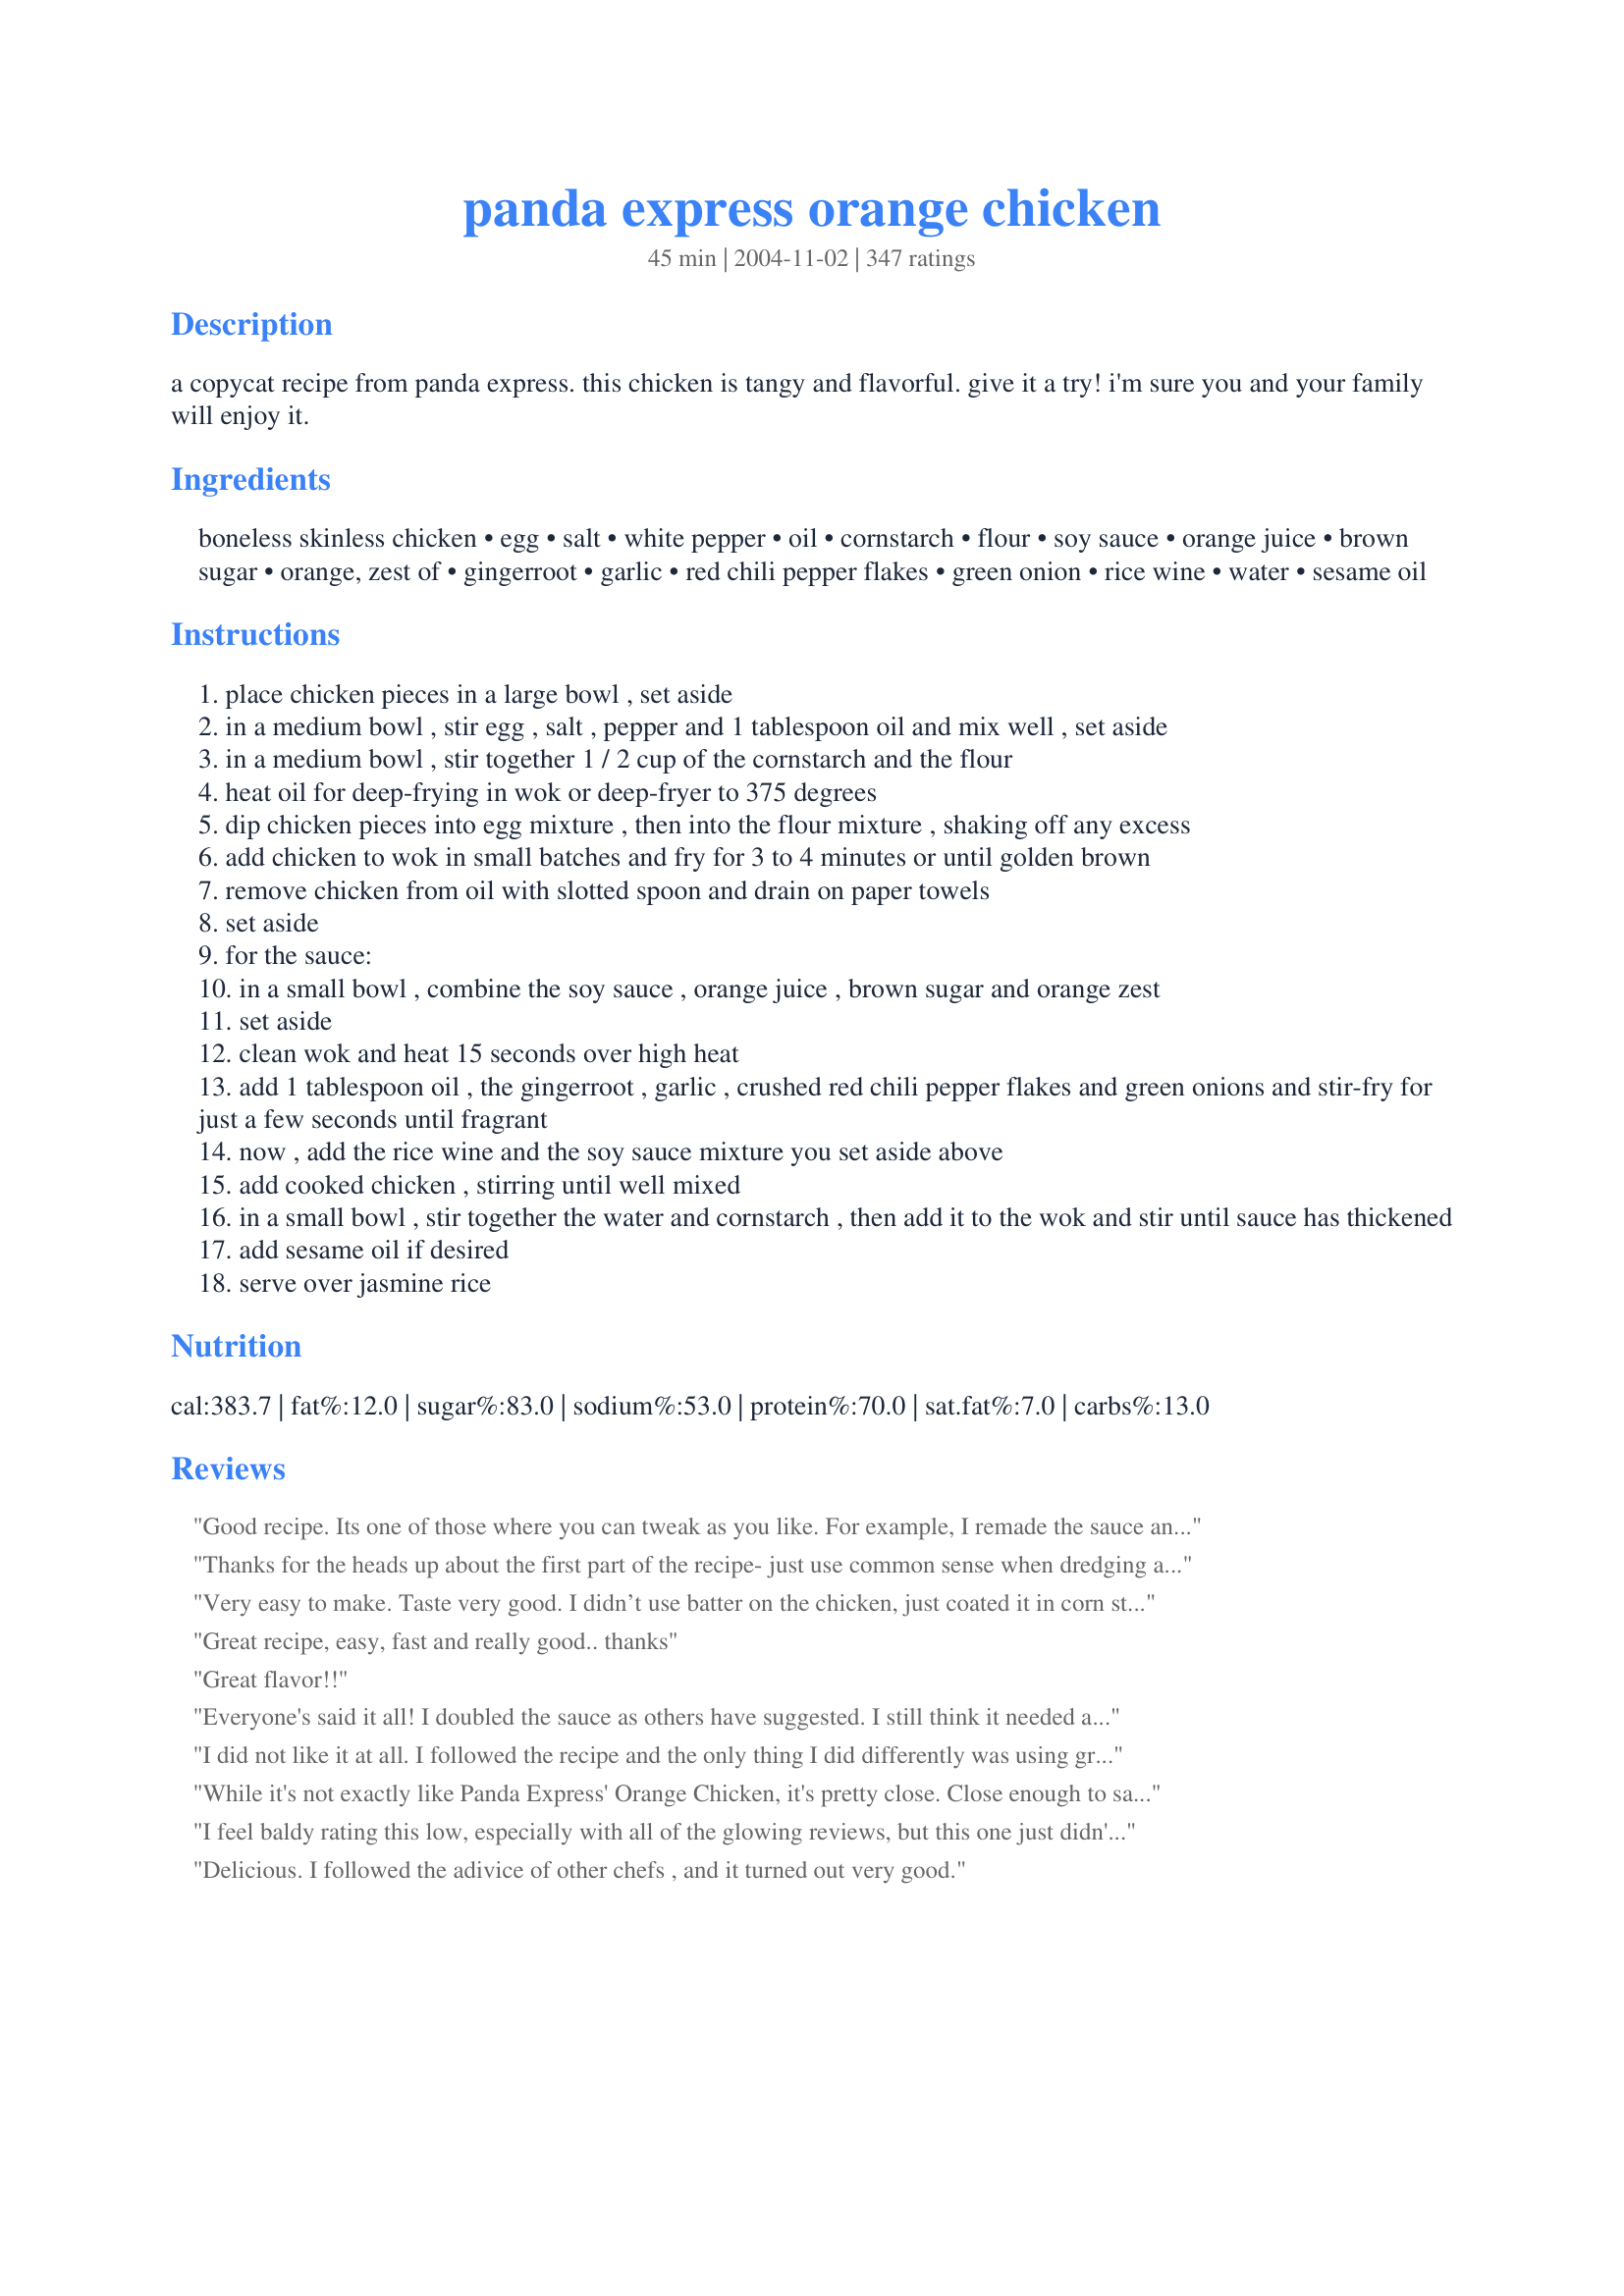
panda express orange chicken
Preparation time: 45 minutes

a copycat recipe from panda express. this chicken is tangy and flavorful. give it a try! i'm sure you and your family will enjoy it.

Ingredients:
boneless skinless chicken, egg, salt, white pepper, oil, cornstarch, flour, soy sauce, orange juice, brown sugar, orange, zest of, gingerroot, garlic, red chili pepper flakes, green onion, rice wine, water, sesame oil

Steps:
place chicken pieces in a large bowl , set aside
in a medium bowl , stir egg , salt , pepper and 1 tablespoon oil and mix well , set aside
in a medium bowl , stir together 1 / 2 cup of the cornstarch and the flour
heat oil for deep-frying in wok or deep-fryer to 375 degrees
dip chicken pieces into egg mixture , then into the flour mixture , shaking off any excess
add chicken to wok in small batches and fry for 3 to 4 minutes or until golden brown
remove chicken from oil with slotted spoon and drain on paper towels
set aside
for the sauce:
in a small bowl , combine the soy sauce , orange juice , brown sugar and orange zest
set aside
clean wok and heat 15 seconds over high heat
add 1 tablespoon oil , the gingerroot , garlic , crushed red chili pepper flakes and green onions and stir-fry for just a few seconds until fragrant
now , add the rice wine and the soy sauce mixture you set aside above
add cooked chicken , stirring until well mixed
in a small bowl , stir together the water and cornstarch , then add it to the wok and stir until sauce has thickened
add sesame oil if desired
serve over jasmine rice

Reviews:
Good recipe. Its one of those where you can tweak as you like. For example, I remade the sauce and replaced the 1/4 of water with the syrup from mandarin oranges, then cut the sugar to 3 tablespoons and added a little orange juice. This brought out the orange flavor the second time.
Thanks for the heads up about the first part of the recipe- just use common sense when dredging and breading your meat. The rest of the recipe is just fine. And the finished product was perfect! Way better than our usual take out. I served this with sugar snap peas and white rice. Couldn't have been a better meal!
Very easy to make. Taste very good. I didn’t use batter on the chicken, just coated it in corn starch, some salt, pepper, garlic powder and pan fried it in a little bit of oil. Turned out yummy. Thank you for the recipe.
Great recipe, easy, fast and really good.. thanks
Great flavor!!
Everyone's said it all! I doubled the sauce as others have suggested. I still think it needed a more orangey flavor. I'm pretty sure Panda Express makes mandarin orange chicken, so maybe mandarin oranges would change the flavor. But still, this was delicious and I packed it for school the next day!
I did not like it at all. I followed the recipe and the only thing I did differently was using ground ginger instead of fresh. While I was mixing the ingredients for the sauce it smelled amazing but once I tasted it mixed with chicken all I could taste was orange zest and red pepper flakes along with flavorless chunks of chicken breast. Maybe that's because the sauce turned out very thick or maybe because the sauce was supposed to be sticky clumps of orange zest sprinkled with red pepper flakes? Don't know. Won't make it again though.
While it's not exactly like Panda Express' Orange Chicken, it's pretty close. Close enough to satisfy my family's cravings for it and prevent me from impulsing at the Panda when I drive by. My kids, typical picky eaters, would have eaten all of it if I had let them!! But the grownups had to have some, too! Thank you KatieMom84!!
I feel baldy rating this low, especially with all of the glowing reviews, but this one just didn't hit the mark for me. Admittedly, I've never had Panda Express so perhaps I wouldn't like that either, but compared to other orange chicken I have had, this is just too sweet for me. I like mine a little more savory. Maybe next time I will try a bit more soy and (less) honey instead of sugar. Thank you for the recipe though.
Delicious. I followed the adivice of other chefs , and it turned out very good.
I loved this!!! It was amazing! I didn&#039;t have cornstarch so I added a bit of extra flour and I didn&#039;t have any oranges or zest so I used an orangey drink. It still tasted like orange chicken and even better than Panda Express!! I had no trouble with the instructions personally and I found it to be the best recipe I&#039;ve found for orange chicken. I served it with noodles stirred in with soy sauce. I&#039;ll definitely be returning to this in the future.
This was great! Had it with a side of Cilantro Rice. Will definitely make again!
This is a great recipe!! I put a little too much orange zest, but with a small adjustment I dont have to miss my Panda anymore! Love it, thank you so much!
This recipe was AWESOME!! I followed the advice of others and made more orange sauce. Otherwise this was delicious. I can not believe anyone with tastebuds would feel any differently:) Thanks!
This recipe was really good. I am not a fantastic cook and managed to make it taste great. I got all thumbs up from my hubby and kids. I ditched the rice wine because I did not have any. I used rice vinegar instead of white vinegar and brown sugar instead of white in the sauce. I also pretty much tripled the sauce because we like it wet. I used red pepper flakes instead of chiles and I also forgot the garlic because I was out. I used ground ginger since I did not have minced. Everything turned out just fine with the adjustments I made. <br/>This taste just like the real thing. This was the 2nd time in one week it was requested. I figured I needed to log in and vote since it was such a hit.
We made this and the family LOVED IT. I did not mix the egg mixture into the floor. That seemed weird. I dipped the chicken in the egg mixture and then the dry mixture. Came out perfect.
Bravo. Bravo.
Like any new recipe, I wasn't that hard to prepare. The chicken had a good orange zest to it. My guess liked it! Over all I give it a 4. 

Crissypoo :)
Unclear directions but awesome recipe. Tastes JUST like Chinese spot! I will say that the sauce needs to be almost doubled to properly cover the chicken (so you may want to do that before coating it or it will be hard to add more sauce later).
Would you believe my kids prefer to eat the chicken without the orange sauce? They found it a tad bit sweet when the chicken was coated with the sauce. Overall, would cook this sometime soon again, with less sugar. Thanks Katiemom!
Oh this was so yummy, I'll be eating leftovers for lunch today and I'm so looking forward to it!
Great recipe! I was a bit apprehensive about all of the steps, but it was certainly worth it and would make this again.
I have made this twice now and it gets rave reviews from my 4 girls and my husband everytime I make it. We went gluten free a while back and I have been craving Panda&#039;s orange chicken. I used tapioca starch (1/2 cup) instead of cornstarch and white rice flour (1/4 cup) in place of the flour...I still used the tbsp of cornstarch in water to thicken the sauce. For those saying to put chicken in egg wash and then the cornstarch...Don&#039;t!!! Mixing the dry and wet ingredients creates a batter that makes the chicken crispy on the outside and juicy and tender on the inside. I did, however, use 2 eggs and 2 tbsp of oil instead of the 1 each called for. And then, I doubled the orange sauce...it really is a must. :) I also only used a pinch of chili peppers instead of the 1/2 tsp called for (the first time I made it according to recipe and my girls age 5 and under said it was too spicy...that was their only complaint). I unfortunately had to make several substitutions because of ingredients I had on hand. As I said earlier, I used the tapioca starch and white rice flour to make it gluten free. I didn&#039;t have rice wine, so I used white grape juice and I didn&#039;t have white vinegar (I had used it all in my laundry), so I used apple cider vinegar. This recipe is amazing. My 5 year old asked tonight if I would make this for her 6th birthday, so it&#039;s definitely a keeper in this house.
Made this today and was hit for our family of 8. After bringing the sauce to a boil, I removed the bulky chunks in the sauce to create a smooth sauce. In addition, I added the water and cornstarch before adding the chicken to get the sauce thickened and mixed. I doubled the liquid and even added the juice from an orange but it still was not enough sauce. It was still super delicous.
I have been making many dishes from recipeZaar but this was the Best ever. A home run for the whole family. I was surprised at how strong the sesame oil was if you are not a fan skip this. 

I took the advice given and doubled the sauce. I now think this is a must. 

Enjoy.
This was a very good recipe. Much better than Panda. Only thing different is a pinch more red pepper and I added juice from half of my orange. Next time I will double the sauce.
Just made this last night and my two picky eaters asked for seconds! They were very much impressed and even asked to see the "to-go" boxes to make sure I didn't order takeout. =) <br/>Like many other previous reviewers, I doubled the Orange Sauce recipe as my family loves extra sauce. It was definitely spot on and will most definitely prepare this dish again!
This was great! Very Sweet
I gave this 4 out of 5 only because it has so much sugar & cornstarch in it. Otherwise, it is fairly easy and very tasty. I used Chef 376309's Orange Sauce modifications, and I loved the tanginess. My son, who requested this in the first place, thought it "too orangey." I agree that it is better - because fresher - than the Panda version. The crunch is there. Yummy. How to add . . . um . . . broccoli?
Yum! I made this with tofu - I dry-fried the tofu in triangles and set aside. Then I sauteed the ginger & garlic and continued the steps as stated from there. The tofu did end up a little rubbery though so perhaps it should either be thrown in the sauce raw or cooked less prior, or better yet probably just added at the very end to the sauce. Other changes I made: used chives instead of green onion because I had them in the garden, asian rice vinegar in place of the rice wine, orange juice in place of the water & vinegar in the sauce, and I also added about 1/4 cup diced orange segments. I also tripled the sauce but next time I will cut WAY back on the sugar - it was pretty sweet for me. I will probably always triple or maybe even quadruple the sauce because it's so good all by itself over some fried rice. Next time I might try tempeh in place of the tofu also. Overall though we loved this and will be making/experimenting with this recipe often! Thanks for sharing!
This is very similar in taste to Panda Express. I had to double the sauce and used half the cornstarch for the thickener. I like a thinner sauce. I used rice flour in place of the cornstarch because thats what i had on hand. This is a keeper and I will make this over and over again. Thank you for the recipe!
I skip the flour and egg combo entirely, and I just cook the chicken with half of a white onion, no fried breading on it. Then I add 2 sprigs of green onion, garlic, and some cooked (3-5 mins boiled prior to adding to the chicken mixture) broccoli. Add the sauce (minus 1 TBSP of sugar + squeeze the juice of the orange in). Heat until thicker/warmed through, serve over rice =) Delicioussssss!!
Loved this recipe! This is a great base recipe for Panda Express Orange Chicken. It is very easy to tweek to your own preference. Like a few others who have tried this recipe, I think I will lighten up on the ginger and increase the garlic next time.
I really loved this recipe it was amazing. I just changed a few things it calls for 1 egg but I put two instead and it calls for five table spoon of vinegar instead of putting 5 I put 2 tablespoons of vinegar and three tablespoons of fresh orange juice. Just by doing those changes I got a delicious meal
This is great! I tried altering the recipe with orange juice - it was then just okay. Then I went back and prepared it just as the recipe says and it came out amazing! Very easy to make. In fact, I'm going to buy a little deep fryer because I plan on making this OFTEN.
This recipe is AWESOME!! I will never eat out Chinese again with recipes like this. I didn't have the rice wine vinegar or the fresh ginger root, so I subbed red wine vinegar and ground ginger. I took another posters advice and use orange juice for the water in the sauce and I loved the orange flavor. This dish will most definitely become a regular in this household. MY DH LOVED it, said that it was some of the best Chinese food that he had ate, and he roomed with a Chinese guy at college, who cooked all the time. This recipe is definitely a keeper. THANKS!!!!
Anytime I can get my 4 children to agree on how good a recipe is gets it all the stars it deserves. The chicken was crispy, and the sauce was not overbearingly orangey, and I do not need to prepare marinade hours in advance... all in all a workable combination for me. Only thing I did different was to use cubed skinless chicken thighs instead of breasts. Thank you so much for sharing this recipe.
very good recipe, close enough for us to the Panda Express Orange Chicken, I had to use more of the orange sauce though; going to add some broccoli next time.
Has no taste because there is no orange in the orange sauce. I went to a different recipe to get one that has orange taste
Excellent turn out!!! I also stir fried bok choy served on the side. I will cook again.
This was SO good! I did have a problem with making the batter...after reading the recipe again I see what I did wrong. I added the egg, salt, pepper, oil, cornstarch and flour together. I guess I was supposed to add the first 4 together, coat the chicken and then dip it in the flour and cornstarch mixture. Anyways, since I messed that part up I used my own batter recipe which is a mixture of 1/2 cup cornstarch and 3 eggs. It worked great. I doubled the sauce for this recipe due to some of the reviews I read. I don't think there would have been enough sauce if I didn't double it. Thanks for a great recipe! I will definitely make this again sometime.
I just happen to have all the ingredients in my fridge.. even the rice is already cooked.. I am so excited that my mouth is watering. Yum. Thank you for a great nights save.
WONDERFUL!!! I did not have some of the ingredients on hand and did not want to go buy them for one dish (rice wine, sesame oil). In place of rice wine I used a splash of red wine vinegar and reduced the amount of white vinegar and in place of sesame oil I used olive oil. I also did not have green onions so I eliminated that and I used powdered ginger. I also used the juice of three oranges in place of the water. It turned out fabulous!! So dont worry about "tweaking" the recipe if you dont have all the traditional ingredients- it still turns out GREAT!!! I will be making this again and again!!!!
For the sauce, I doubled the recipe given and added the juice of 1 orange and 1 Tbsp. of Chinese Chili Sauce...sweet and spicy, just like Panda Express! Thanks so much for curing my Orange Chicken cravings!
Awesome recipe and easy! The whole family loved it and said to make it again!
Doesn't taste exactly like the Panda Express kind. It came out with a very strong orange flavor. I would recommend using half the zest it calls for.
I made this for my husband. He said, &quot;Ooooh. It looks real.&quot; ::facepalm::
Revising my review to five stars instead of four. I still used tofu but only dredged it in flour and white pepper. DH remarked that he prefers this to Panda Express. I recommend measuring out all ingredients before you get started because once you start cooking, things move pretty fast. For a pound of tofu I felt the sauce listed here was plenty. Delicious!
My husband and I made this today and it was wonderful. We did change the recipe by making it Gluten Free and we stir fried some peppers, onion, celery and carrots and mixed with the sauce. I think it was better than what you could have gotten at Panda Express.
Made this for dinner tonight. It was awesome!!! Everyone enjoyed this orange chicken!!
So freakin goooood
Not seeing where the directions are confusing..this turns out awesome every time I make it. Thank you for sharing the recipe. My adult children and my grandkids ask me to make this for them at least once a week.
This recipe was great but I tweaked it a little to suit my and my husbands' tastes. I doubled the sauce but cut back a little on the vinegar (the first time I made it, I thought the taste of the vinegar was a little overpowering). I used onion powder instead of actual onions, only because I can't stand their texture. I also substituted orange juice for orange zest, and nixed the rice wine. Overall, it was very good!
Add a drop of orange extract to the orange sauce before adding to wok. Super recipe. I love so much!!!!
I flubbed up this recipe so badly last night I thought it would be awful. I dropped a bunch of prebreaded chicken nuggets into the deep fryer to save time. Then I realized it was breaded popcorn shrimp. I accidentally used rice wine vinegar instead of rice wine. When I saw what I had done, I added an additional tablespoon of sugar to the orange sauce. Lastly, I forgot to add the crushed red peppers. Sounds like a disater right? It was great!! This must be the most forgiving recipe ever! I read through the reviews this morning and agree that the orange sauce needs to be doubled and added after the chicken (in my case shrimp) to avoid soggy breading. My son LOVED it and asked that I make this more often. Thanks KatieMom84.
This was pretty good, I had a similar recipe where you make the sauce separately but this was a quicker version. Not really a quick weeknight meal though, at least not for me. You can save yourself some time by grating the ginger ahead of time. I listed to other reviewers and made sure I dipped the chicken in the egg first before coating with cornstarch/flour.
This recipe is wonderful, tastes better than Panda Express! I've made this many times now. I I used juice from an orange instead of zest, dipped the chicken in egg mixture then in doubled flour mixture and almost doubled the red pepper (I like it with an extra kick). Thanks for saving me from driving to panda next time I have a craving for orange chicken!
Wonderful Wonderful Wonderful! I loved this recipe with white rice ummm!


Thanks!
I can't believe I've waited so long to write this review. I have been making this for the family and parties for a long time now. I've made it probably 25 times and everytime it is gobbled up. I've even been told a couple of times that I missed my calling and should have been a chef. Well, I guess this recipe will just be our little seceret.
i made this last night for a dinner party and my guests almost licked the serving bowl! Really lovely and dead easy to make. I used rice vinegar rather than white vinegar and only added 4 tbs sugar. I will definitely make this again - but will someone tell me why it is called Panda Express? Presumably this is a US restaurant chain? We don't have it in the UK!
Just a tip, they have the panda express orange chicken sauce in stores now, I think it works really well with this recipe
My DH requested I make him homemade orange chicken. He absolutely adores Panda Express's orange chicken (that's the only thing he gets when he goes there), so needless to say, I had tough competition making something that would please him as much as Panda Express did. I chose this recipe because of all the great reviews. I made it for him one Sunday (it took me a total of 1.5 hours, but I am a fairly new cook/new wife) He rated the recipe a 5 star! I added more orange juice from the orange and less of the zest from the peel. This enhanced the flavor in my opinion. Very pleased with it and will definitely be making it again. The recipe instructions itself was hard to follow. I would go back and reword it for clarification.
People that say INSTRUCTIONS ARE CONFUSING, just forget step #1. Mix wet, mix dry, then mix together and add chicken. I like to massage the mixture with chicken to coat well.
I actually only used this recipe for the chicken, and I used the actual Panda Express sauce, which you can get at the grocery store now. I also added about 1/4 cup of sesame seeds to the flour and cornstarch mixture. The chicken is crunchy on the outside, moist and tender on the inside. Great recipe!
Yummy time and time again. I reduced the chicken and added some broccoli with the onions to make sure we were getting out veggies. Worked great! Next time will try to add more veg. Agree with others that the recipe is a little challenging to follow, but the end results are great. I've also used this method to bread chicken for coating in other sauces. Its my favorite way to prepare chicken.
Whoo hoo! This was SO good! I hate Panda Express....they use canned veggies and have never impressed me. But, judging by reviews, gave it a try. Plus it had no canned veggies. HAHAHA! Basically followed the recipe exactly. Used brown sugar instead of white, doubled the sauce (a MUST!) and served over brown rice. We all absolutely loved it. Hubby WAY over ate. Not my fault. :)
With this coating for the chicken, I had a hard time getting it to brown. I ended up overcooking the chicken and it didn't taste too great. The sauce was very good, although I think the amount of zest was a little too much. I'd cut back next time.
WONDERFUL!!
This was better than any orange chicken I have ever had at a restaurant. I made a few small changes to the recipe. I used orange juice instead of water and also chopped up 1/2 an onion and stirfried it with the green onion. I think the onions were as good as the chicken! The orange flavor of the sauce was just perfect.
I did not double the sauce and it was enough for the chicken, but I also made steamed broccoli and there was no extra sauce to go over it, so I will double it next time. 
This was a wonderful chinese meal! Thanks for the recipe!
Not quite panda express's but much tastier than theirs. Good recipe but takes longer if you have to fry the chicken in a wok.
This was very tasty. It could have used a little more vinegar and red pepper for a little more heat, but overall it was very good and what I was hungry for. The directions were a little unclear, but I am an experienced cook and didn't really need the directions just the ingredient amounts. I added the cornstarch to the egg mix in the bowl of chicken and mixed it all together and it turned out fine. I used Michiu Chinese rice cooking wine because that is what I had open in the pantry. I did double fry this to get extra crispy chicken before coating it with the sauce. I wish I had doubled the sauce as I just barely had enough. I did sprinkle this with sesame seeds and green onion for garnish. This was great, Thanks!
5 Star AMAZING!!!!! Much better than Panda Express...I only eat chicken breast as far as chicken is concerend and I never thought P.E used real chicken breat..With this you know what your getting and eating :-)...Can't find Rice Wine...A good sub.is Sherry Cooking Wine...I let my chicken pieces marinade in juice from a whole orage for about an hour for extra flavor...Set out ingrediants way ahead of time..Nothing like NOT having something when needed..
Not just like Panda Express, but good stuff for homemade. Myself, I did the whole battering the chicken part the first time. Wow, a lot of work. Plus, I hate frying food, so I took the advice of another reviewer and just used unbreaded chicken. A LOT easier and healthier. But, don't get me wrong, it is much better when you coat the chicken. (Maybe next time I'll pick up some pre-breaded chicken from the Chinese restaurant!!!) Great recipe.
In the sauce, increase vinegar to 5 tbsp, decrease sugar to 4 tbsp and use 1.5 tbsp orange juice instead of water. Perfect!!! Enjoyed by everyone and got rave reviews.
Very good Yummy in fact. I used Rice vinegar instead of rice wine as I did not want to buy a bottle for this recipe only. Recipe did not taste vinegary. I doubled sauce recipe. Since I halved recipe that would be the whole amount shown. I know its not recommended but I can't bear using a lot of oil and throwing it away so Used enough to cover chicken and when oil deminished I did not replenish. Had to cook 5 minutes for chicken to be done. but had to keep turning chicken. Cut a couple open to see if no red to see if done. Ok for a small batch. I made half recipe it would take a long, long, long time if you made the whole recipe. I also added sesame seed oil and zest to boiling liquid as I knew I would use it and didn't think it would mix in very well if I waited until the end. I think 1 lb made enough for 4 so 2 lbs would make enough for 8. No way would this recipe make amount for 2 people unless you really ate a lot.
Wow! This was very good, it does take a little time to make but so worth it. I would suggest chopping and measuring everything out ahead of time to save a little time and make things a bit less hectic.
I followed the recipe exactly and did not find it to be to orange tasting at all-loved it :) thanks
truly amazing! I didn't think it was possible to make something that compared to Panda Express Orange Chicken. It has a bit of spice and tang, but it is really good. I would suggest making more orange sauce- and I really don't think that it makes enough for four- because by the time you and your significant other start, there really isn't any stopping. Very time consuming, so don't think it will take less than an hour. Delicious!!!
While this recipe does not taste like Panda's we're giving it 5 stars for excellent flavor! The texture of both sauce & chicken pieces was there but something's still missing from this clone. I used my deep fryer to cook the chicken, & following the recipe exactly we didn't have any problem with the sauce thickening up. I just read some of the reviews here for the first time & wonder if the flavor difference could be because I thought the ingredient listed as "rice wine" was rice wine vinegar but another chef says it's mirin. That's a big difference in tastes. I have mirin on hand & will use it next time. If the flavor then is closer to Panda I'll be sure to come back to update my review. :) Thanks for sharing, KatieMom! Made & enjoyed for Zaar Chef Alphabet tag.
I have never tried Panda Chicken and after making this recipe, who wants to try Panda. This chicken was absolutely superb and my DW loved it. She will only eat chicken breasts, so this hit the spot.
I made one addition, added 1/2 cup of freshly squeezed orange juice. This helped make the chicken a delightful orange flavor. Like others, I will make extra sauce next time because it tastes so good and it goes well with the rice. And there will be many more next times.
Thank you for posting such a tasty chicken recipe.
"Uncle Bill"
Turned out AMAZING! I doubled the sauce, and it was perfect! Thanks!
I halved only the meat. Used orange juice from the same orange the zest came off of and cut 1T water and 1T sugar. I personally would not leave out the zest, it makes the orange flavor in large part. I used sesame oil to cook it in (step 10) and liked it, but it could be strong to someone not used to it and I wouldn't add it in at the end. I'm not a Panda Express fan so I can't compare it to their's, but I have had better orange chicken so I will keep tweaking this despite it being a really good start! Thanks for posting! <3
Easy to follow recipe and it turned up great even without rice wine(just used apple juice).
WOW! This recipe is fantastic!!! We really enjoyed it and have made it several times :) It takes a little time but oh is it worth it!!
i didnt follow the first part of this recipe exactly because i was trying to make it healthier. I just browned the chicken in a shot of pam instead of coating it and deepfrying it. After that i followed it exactly. The sauce is what this recipe is really about anyway. Really enjoyed the sauce over the chicken and some rice and steamed broccoli will make again.
Absolutely fantastic! I like a lot of citrus taste, so I squeezed an orange over the chicken while it was in the wok in addition to the orange zest. In the orange sauce I also took out a half tbsp of water and replaced it with orange juice. For the record, this does not taste like Panda Express Orange Chicken... it is so much better than that!
Tasty but a little too salthy for my tastes. Next time I will use less soy sauce.
The directions are a bit confusing, I had to read it 3-4 times before I understood it. For me there was way too much vinegar in it, I broke out coughing every time I tried to taste it. I had to add more sugar. For me there was enough sauce. Made for Chef Alphabet Soup
did not have any rice wine so Ileft out the soy sauce (because of the salt content ) and added 3 tbsp of scotch wiskey. I cannot describe how good the taste was.
Simple, fast, delicious. I would highly recommend that cooks get ALL of the ingredients in front of you before beginning because the process goes quickly. Subtle orange flavor, but very nice.
I've always dipped the meat in egg then in flour before frying, but I followed this recipe and ended up mixing it all together, ending up with a huge sticky chicken ball. I separated each piece when putting it into the oil. Surprisingly, it came out better than the dipping/rolling method! I doubled the sauce -- as this makes the meal go further with less chicken. I love the end result! I think the prep time is longer than listed, or maybe it's just me.
YuUuMmM-O-LiCous! :) Thanks katie mom for the best orange chicken ever. I followed the recipe exactly but i omitted the rice wine and added a splash of rice vineger,and i forgot to buy oranges so i used two small tangerines my chicken isnt quite as bright orange as your picture, but it was still great :)
This was super yummy! I halved the amount of crushed red chili pepper and doubled the recipe for the sauce. I would recommend cutting way down on the crushed red pepper or leaving it out if you are serving it to kids, it is a bit spicy even halved. I loved it but my daughter couldn't eat it. It was totally worth the mess I created in the kitchen. :)
My husband and 5 children loved it! I added about 1.5 tablespoons frozen juice concentrate to the sauce to make it have a more orange flavor. Next time, I will double or triple the sauce.
This was EXCELLENT, and EASY to prepare. I will be making this again and again instead of paying too much $$ at a restaurant!
This recipe is awesome!!! Five stars for this one. Just the right amount of crispyness mixed with the sauce which is spot on. The mixture of orange and ginger really makes it pop. Made this 3 times already and have to say that I doubled the recipe for the sauce the last two times because the first time everyone ate it up!! Kudos to you!!!
I haven't had Panda Express but I have ate at Hong Kong Bowl, and this recipe reminds me of their Orange Chicken. I personally added another egg and tablespoon to the flour mixture as I had dough after following their recipe. I suggest 2 eggs and 2 TBS of oil to the flour mixture. After that it was perfect. I must say, the orange flavor isn't over powering and it's enough of a flavor to call it orange. I also used boneless chicken thighs instead of a whole chicken. Cut them up in squares and it really looked close to the real thing too.
We had to try this after seeing the gorgeous photos and reading the rave reviews! It is indeed fabulous! Following most reviewer tips, I deviated from the instructions in only two ways first doubling the sauce and secondly, since I was zesting an entire orange anyway I juiced it replacing the water in the recipe with the freshly squeezed juice. Fabulous!
It was good I just made it too tangy.
Oh my goodness this was fantastic. I altered the recipe a tiny bit- I used garlic infused oil to my wok and shallow-fried the chicken pieces instead of deep frying, and I added some Mae Ploy Sweet Chilli Sauce to the orange sauce to give it a little more kick.
Very good. Though, it doesn't compare to panda express. Next time I think I will half the ginger and subsitute orange juice instead of water and add zest to taste.
Yum!
I have never cooked chicken like this before or ever tried deep frying and I love how the chicken turned out. I didnt use jasmine rice I just ate it with some microwave rice. My dog really loved the smell and barked at me when I warmed up the leftovers the next day. I had given him a couple pieces the night before...haha. He also got a hold of my boyfriend's leftovers and ate the chicken from there, but left the rice. Yes, the instructions have a major typo in them, but this recipe helped me so much to start cooking asian food. It was kind of tiring since I made a lot of chicken pieces but it was worth it to have at least 6 servings of Asian chicken.
This recipe is 5 stars for a reason. Wonderful and BETTER than anything I've eaten at Panda Express. I prefer fresh ingredients. I had to use a little more flour/cornstarch, but worked out well.Truly family-pleaser.
I have mixed feelings about this recipe....the instructions are horrible for the first part......I made as posted and the flour/egg mix just clumped up. Made lumpy bumps that had to be spread over the chicken. The chicken should be dipped in the egg mixture, then tossed in the cornstarch mix. It would save a lot of work. I loved the sauce, and agree with other posters that it should be doubled....it is sooo good! For a beginner cook, I'm afraid this would be so confusing that they would give up, which isn't good. This recipe is good and deserves a chance, but the instructions are so confusing that many will not make this recipe. I can't compare this to Panda Express, as I've never had it. But the sauce is delicious if you can figure out how to make the first part of the recipe!! I enjoyed this, but the instructions just aren't clear enough.I would dip in the egg first and then the cornstarch/flour mix. Really enjoyed the finished product! Thanks for sharing a delicious recipe.
I substituted the vinegar for fresh orange juice. My husband requested we make this dish often, and repeatedly complimented it. He never, ever does this. I highly recommend it.
I think it's better than Panda. Everyone loves it.
I love this! I left a few minor ingredients out (gingerroot and green onion), but the orange chicken was still really yummy! I didn't have a orange on hand so I substituted orange juice. Took a while to do, but worth the time. While I love Panda Express's Orange Chicken's flavor, I hated that it was always dark and fatty meat. Now I can make my own with breast meat! =]
Yummy! I'm working on Chinese repetoire and this is a perfect addition! I had to use rice wine vinegar (I didn't have rice wine), but it was just fine. I added one tablespoon of orange juice and reduced vinegar by 1 tablespoon, so that it would be a little more sweet for my children. They really liked it, and so did I, thank you!!
This was so very good. I was proud to serve this as it seemed just as good as any I have ever had anywhere.
I did decrease the sugar by half and the sweetness was just right for me. Did not use enough oil to cover the chicken pieces, I only added enough to cover about a 1/4 of the chicken and then I flipped the pieces to cook the other side. I don't think I would do anything else differently.
This was so, so good. My family loved it and asked when I was going to open a chinese restaurant. I was not sure how much zest, so I used the entire outside of the orange, not a mistake. It was fabulous. I doubled the sauce, that was a good idea too. I also substituted the green onion with thick cuts of sweet onion and added yellow and red peppers for color and crisp. Took an hour and a half to prepare but totally worth the time.
This is one of the best recipes I have ever tried. It is so delicious. I had a little trouble finding the rice wine at the store- it ended up being with the oriental cooking supplies and it is called AJI-MIRIN sweet cooking wine. I also used McCormick crushed red pepper in the spices aisle- not sure if that is what this is calling for but it worked fine. It has become our Halloween night tradition to make this dish. It is a little time consuming to make- so leave yourself plenty of time. I actually prefer this to Panda Express actual Orange Chicken. This has a really nice flavor with a little kick to it. I make mine in a frying pan because I don't own a wok and it works great. We serve it with rice and store bought pot stickers. TRY IT! You will not be dissapointed!
Very delicious recipe here. I doubled the sauce and it was just enough. My DH gave it a 9.5 which is awesome. I made the sauce in the afternoon and set it aside till I finished the chicken in the early evening. The egg mix and flour mix was kind of messy using two different bowls. Next time I will use a Large Ziplock for each and just toss and throw away when finished. Very Good Recipe. Thank you.
Yum! Definitely double or even triple the sauce. I doubled it, but didn't use 2 lb of chicken, it was less than that. My only other change was that I didn't use the orange zest and I added 1 1/2 tbs (3 tbs, since I doubled) orange juice to the sauce in addition to the water. This is definitely going into the favorites pile!
I had to do a lot of tweaking. Brown sugar, orange peel and zest, doubled the sauce, dipped in egg first then in corn starch. Next time I will use a lot less vinegar or just frozen oj. In the end it was a good place to start.
LOVE IT!! I was a superstar at dinner tonight. My 13 year old, picky, daughter was very happy with me.

I made a few adjustments. I added 1/2 cup orange juice and omitted the chili pepper (so sad). Other than that, I followed the recipe. Mine was very orangy, but we like it that way.
Great recipe! We all loved it! If you prepare all ingredients in advance it's really quite easy. I used Splenda for sugar and didn't do steps 16 on. There was no need to thicken the sauce and that is probably why we didnt have to double the sauce like others.
Absolutely delish! My 13yr old son had this ready for me to cook when I came home from work. He followed the recipe, except he squeezed a little bit of the orange juice into the sauce for extra flavor. The sauce was incredible, next time we'll double the sauce, and maybe add just a little less crushed red pepper. Other than that, I wouldn't change a thing! Crispy, aromatic and full of flavor! Yummy! Can't wait to try it again!
This is so delicious! And wonderful. I paired it with brown rice for wonderful asian in the comfort of my own home. I will be making this again and again.
Yum Yum Yum! I've made this twice, once by the recipe exactly, the second time the only changes I made were 1. add more vinegar! about 2 tablespoons, and 2. instead of water, I used fresh orage juice. Exactly the flavor I was looking for!!!
This was aaaaaaamazing. It was so much better than Panda Express' orange chicken. I will definitely be making it again. As most of the reviewers said, I also used orange juice in the orange sauce instead of white vinegar and doubled the sauce. Fantastic!!
My 9-year-old has an addiction to Panda Express' Orange Chicken. We decided to give this one a shot and it's pretty darn close - in fact, his 7-year-old sister ate this one but won't eat it at the fast food joint, so it must be good. It was a bit of work to make, but a keeper because we could adjust the salt/oil/sugar.
Loved this recipe! I was craving their Orange Chicken, but we live way too far from town to make a trip just for a craving. I came across this recipe and I don't know if I will ever go back to Panda Express again! Made a few minor changes. Left out the ginger, didn't have green onions, used red wine vinegar instead of the rice wine, and didn't have sesame oil. Also, I would recommend doubling the sauce to get more sauce. The only changes I made on the sauce was to half the vinegar and sugar, and added 2 Tablespoons of orange juice concentrate. The only other comment I have is that the first time I pan-fried the chicken in canola oil, and the second time I couldn't remember and used olive oil. I prefer the taste from the canola oil, and so have been using that ever since. I know I made changes, but I think that this recipe deserves 5 stars all the way!!!!!!
I made a couple of adjustments to this dish and it turned out absolutely perfect. First of all, I followed breezermom's instructions of dipping the chicken first into the egg mix and then into the flour/cornstarch and that worked brilliantly to coat the chicken pieces. With the orange sauce, I used 4 tablespoons of white granulated sugar and 1 tablespoon of brown sugar (packed). I also didn't have any gingerroot on hand so I used 1/8 tsp. ground ginger. Instead of the red chili peppers I used a habanero which gave the dish more kick (de-seeded, of course). I also used white grape juice instead of rice wine and vegetable oil instead of sesame oil. I don't have a deep fryer so I had to pan-fry the chicken. Despite all of these changes (the brown sugar was more of an experiment than a substitute) the dish turned out brilliantly. It tasted exactly like Panda Express. So I'm sure if you do have the rice wine or sesame oil the dish will taste even better. I made this with the Chinese Takeout Fried Rice recipe and my family was absolutely impressed.
So awesome I don&#039;t even know where to begin! I didn&#039;t think anything of the directions until half the reviewers were squaking about it! It was totally understandable if you have medium knowledge of cooking. Anyways, I have to say prep time was kinda significant, but oh so worth it! I used 1/2 juice of the zested orange and 1/2 the vinegar. I did some extra minced ginger and added a tiny bit of jalapeno I had kickin around. This was awesome! Oh, I also split the sugar half brown half cane. Thanks a TON for posting this flume!!!!!
tastes great! tastes just like panda express' orange chicken! the whole family loved this recipe too! it just wasn't too easy to make and took a longer time to make but it was definitely worth it! the sauce did taste a little like vinegar, but the second time i made it, i substituted the vinegar for orange juice instead and everyone in the house agreed it tasted better that way as well!
The first time I made this I had the same problem following the directions. But anyone who cooks regularly will be able to interpret what the author is trying to say. The chicken comes out crisp, just the way I like it.........and I have a hard time maintaining the amount of cooked chicken since I keep snitching pieces, they're just that tasty to me! I did double the sauce, and since I looooooooooove orange anything, I not only zested the orange, but peeled it and chopped up the sections to add to the sauce. This is a regular Chinese dish I make, along with Flawless Sesame Chicken. 5 stars and a full stomach!
This recipe was great, yes the instructions are a little iffy, but if you have some experience cooking, you will be OK. I mixed the egg, salt and white pepper in a bowl, then mixed the cornstarch and flour in a separate bowl. I dumped the chicken pieces in the egg mix and stirred them around then dumped them all in the flour/cornstarch bowl, mixed it up and then fried them in a wok in about an inch of canola oil over about 6.5 electric element 6-8 pieces at a time. I also substituted 2/5 tbs vinegar in the orange sauce for orange juice as my family likes a strong orange taste and not much tang, and that worked out well. I also reduced the sugar by 1 TBS. Whole family liked it. This was better than takeout!
This was very good Orange Chicken, but not really Panda Express Orange Chicken. This tasted exactly like what I'd find in a nice upscale Chinese restaurant, although the orange zest was overpowering and surprisingly the sauce was a bit sour. Not sure how that happened. I doubled the sauce as others suggested and it seems like the perfect amount. I also replaced the water in the sauce with orange juice. I'd be willing to make this again, but considering the time (and the mess) it took to make it, I think I'll stick with Panda Express for my Orange Chicken fix for now.
I rewrote this recipe so my teenage boys can make it on their own... [#1-ORANGE SAUCE: can be doubled, 3/4 cup orange juice, 1 orange zested, 3 Tbsp. soy sauce, 2 Tbsp. rice wine or sherry cooking wine, 1/2 cup brown sugar]; [#2-EGG WASH: 1 large egg, 1 Tbsp. water]; [#3-FLOUR MIXTURE: 1/2 cup cornstarch, 1/4 cup flour, 1/2 tsp. table salt, dash white pepper]; [#4-SLURRY FOR THICKENING: 1/2 cup water, 2 Tbsp. cornstarch]; [#5-AROMATICS: 1 Tbsp. sesame oil, 2 Tbsp. fresh ginger minced, 2 tsp. fresh garlic minced, 1 tsp. red chili pepper flakes, 1/2 cup scallions chopped]; [#6-Vegetable oil for frying chicken, 2 lbs. boneless skinless chicken cut into 1&quot; pieces]. INSTRUCTIONS: [#1-Prepare the orange sauce in a large measuring cup; set aside.] [#2-Prepare the egg wash in a small bowl; set aside.] [#3-Prepare flour mixture in a plastic bag; set aside.] [#4-Prepare the slurry in a small bowl; set aside.] [#5-Prepare the ginger and garlic aromatics on a paper plate or cutting board; set aside.] [#6-Cut up chicken and toss pieces in flour mixture to coat lightly. Allow coated pieces to rest on a plate until all chicken is ready to fry.] [#7-Fry the chicken, in batches if needed. Drain on paper towel lined, clean plate.] [#8-Wipe out the skillet. Quickly stir fry all of the aromatics in sesame oil just until fragrant, less than a minute.] [#9-Return chicken to the skillet. Stir orange sauce and pour over chicken. Stir slurry and dump into skillet. Stir fry everything together until sauce thickens and chicken is coated, just a minute or so. Serve hot over rice.]
Excellent recipe, I Changed the white vinegar to balsamic vinegar and added roasted cashews. This is absolutely awesome everyone at work loved it!
Great. Doubled the sauce as others had mentioned and we definitely needed the extra. Family loved it. Thanks!
Just use the suggestions of others to dip chicken in egg mixture and THEN toss in cornstarch and this is easily a five star recipe. Absolutely delicious!
my husband really enjoyed this. i loved how crispy the chicken got. followed everything to the T except i omitted the pepper flakes. for my kids tastes i'll see what the sauce taste like w/ out the orange zests or maybe put alot less next time. my kids thought the orange flavor was overwhelming. but my husband loved it and rated it a 10 if there were 10 stars.
I just made this last night and all my kids (4-10 in age) loved it! I followed some other people's suggestions and was glad I did. I doubled the sauce, used orange juice instead of water, and I didn't have green onions, white pepper or gingerroot so I used the onions I had, black pepper and 1/2 teaspoon of ginger. I also added toasted sesame seeds after serving, turned out great. Hubby prefers a more runny sauce so next time I'll keep a lid on after adding the cornstarch so that it doesn't thicken up so much. A definite keeper, thanks a lot!
This was my first try at what I would consider a more complex recipe, and I feel I had a great result! (See my picture)
My brothers and I LOVE Panda's orange chicken, so the concept that "I" could could make this dish "AT HOME!" was exciting. I followed the recipe to the letter except I used only half the gingerroot (1.5tsp instead of 1TBSP), because some reviewers stated the 1TBSP of ginger was a little overwhelming, and from what I tasted I would highly suggest using the half amount, as it seemed just enough. Contrary to some reviews I found it VERY close to the taste of Panda, and I mean you made it at home! I had a lot of fun hunting down the ingredients at the Asian market and it was a very rewarding dinner. I'll definitely be making this one again and again! Good Luck!
We LOVED this recipe! Tasted just like panda express. I thought it would be a lot harder to make then it actually was. I will definately make it again...Thanks for posting!
Excellent version of Orange Chicken. I only made a couple small changes: I peeled an orange with a vegetable peeler and julienned the strips rather than using zest (i like a more "peel-y" flavor). when making the sauce, i gave the strips of peel a quick fry in the hot oil before adding the garlic and ginger and other ingredients. otherwise, followed the recipe it was absolutely wonderful. Will definitely keep on hand to make over and over.
This is delicious. It tastes like the original even though the sauce seemed to look a little darker) The only change I made was to use orange juice instead of water in the sauce. Plus, I tripled the sauce. My family loved it, even the 1-year-old! Make this recipe. You won't regret it!
The recipe was edible. Thats about it. Though it does taste better than Panda Express, it is nothing like Panda Express. It was extremely complicated and difficult to follow. I didn't like the flour in the breading, all Chinese fried food that we do at home is only cornstarch and egg. Dipping in egg then in cornstarch not mixing together. The Orange sauce was far to little, so we tripled it immediately, since we had doubled the recipe, and it was still far to little. Almost needed to up it ten times even for the recipe without the doubling. We only used the zest of one orange as required by the recipe and that to was far to much zest. Proportions definitely off in a large way in so many areas. Definitely not something we will cook in the future, not with this recipe as it is anyways. Needs a lot of work to make it truly a good orange chicken! I would not recommend this recipe to anyone. Especially a new cook or an inexperienced cook.
I was thinking that the zest wouldn't be quite "orange-y" enough so I added a couple of teaspoons of fresh squeezed orange juice, and boy did it pack a wallop. The chicken was good, but I wasn't totally sold on the flavor. If I make again I think I may tweak a bit.
I was a little disappointed in this recipe because I was hoping it would taste like Panda%u2019s. In my opinion it does not taste anything like theirs. It%u2019s a great recipe my family and I all enjoyed it, but I still like Panda%u2019s better. The instructions are really bad. This recipe took me forever to make! My chicken was originally clumpy after following the directions. I added flour to each piece one at a time as I should have done to begin with and they came out fine. Other than an endless cooking experience, the recipe is good but the instructions need a lot of work. Sorry still love Panda%u2019s, but I would make this again
Amazing recipe!!!!! I fried the chicken and used all recipe ingredients. I placed the chicken in the egg mixture. Then, I mixed the flour and the cornstarch and placed it in a ziplock bag. After this, I proceeded to transfer the chicken from the egg mix into the ziplock bag with the flour and cornstarch mix, sealed and shook it. I made sure that every bit of the chicken was covered in flour, then I fried it.
I doubled the ingredients for the Orange sauce and I still think I should have tripled it. I wanted to have enough for the rice, but it wasn&#039;t enough.
My family and I really enjoyed it. It takes a while to finish the dish, so prepare yourself and gather all the ingredients before you start cooking it.
Good luck!!!!
Very nice! I think next time I will try using part orange juice, part vinegar. Thanks for sharing!!
My sweetie and I cooked this dish together for our Valentine's Day meal. This chicken turned out delicious. Even though we're both novice cooks we had no problems with anything. We used 1 T of orange juice concentrate in place of the orange zest, and I think next time I will use a bit less ginger and a bit more garlic. This dish takes some work to put together but it's definitely worth it!
UPDATE: I decided to change my review to 5 stars. This stuff truly is delicious, it seems like it gets better every time I make it. It's very addicting!
I love this recipe and have made it several times. Panda Express' Orange Chicken has always been a favorite of mine, but I prefer this recipe hands-down. I made a few minor changes: I doubled the water and soy sauce in the orange sauce mixture, added a splash of orange juice, used brown sugar instead of white, and used rice wine vinegar instead of white. It's so so so good (and a tad spicy, which I love too!).
Yum! I've never had Panda Express Orange Chicken, so I cannot compare it to that, but this is really great orange chicken! I also doubled the sauce and used rice wine vinegar instead of the rice wine.
I&#039;m not sure what the reviewers were talking about when describing the breading process as a wet coating, it clearly states put chicken in a bowl se aside, in medium bowl stir egg salt and oil mix well set aside next stir half cup cornstarch and flour next coat chicken in egg mixture then coat pieces in with flour mixture, nowhere could I find that you mix egg mixture and flour mixture together to make a wet batter for coating the chicken
5 stars on taste and 2 stars on the directions. Luckily we read the other reviewers because doubling the sauce is a must, Deep frying is not necessary, and the directions are terrible.&lt;br/&gt;Understand you must make the orange sauce first and keep it warm. Then cut chicken &amp; place in bowl and to the cut chicken added the egg, salt, white pepper oil etc and then mix the chicken in that mixture. In seperate bowl add flour and cornstarch &amp; scoop one half of chicken mixture in flour cornstarch mixture coating all pieces. Heat oil in wok. Cook half the chicken until lightly browned. Remove from pan. Repeat cooking remainder of chicken. Then follow the rest of the recipe. Delish, we would give it ten stars. It was fresh, moist, tasty and authentic American Chinese. If you would have said it was Panda Express I would have believed it and said that they had just made it fresh. A keeper even if it is labor intensive and used most of the dishes in the house. Thanks for posting. Enjoy! ChefDLH
i agree the instructions were not as clear so since I mixed the egg and flour together I added some water and 2 tsp of baking powder and put the chicken in and mixed together and fried and it came out perfect. the chicken alone tasted like mcdonalds chicken nuggets! We also tossed the chicken in the pan with the sauce if you like extra sauce then make more but if you like just enough this was perfect!! WE WILL BE MAKING THIS AGAIN!!!
Perfection! I followed others suggestion and used orange juice & brown sugar in the sauce, instead of vinegar & granulated sugar. YUMMY!
The only recommendation that I have is that the chicken should be dipped in the egg mixture and then rolled or shaken in the flour/cornstarch mixture.
Great meal...horrible instructions. I added and extra egg, 1/4 cup of water, and 1/4 tsp of white pepper to the batter. In doing this the batter coated the chicken nicely and had a very good flavor. I added more red pepper flakes as we like things a litle spicier. I will definitely double the sauce next time. I served over jasmine rice and it was a huge hit with my two teenage boys.
Loved this. If you ever consider a Chinese recipe that doesn't include corn starch, start over! I followed everything to a T, except I included some orange pulp and i tempered the remaining egg mixture into the sauce at the end so as not to be wasteful. Best orange chicken results to date.
I have to say that this Orange Chicken was not at all as I expected. Granted, I have never tried Panda Express Orange Chicken at the restaurant, but I have had orange chicken in the past and this was nothing like it. The vinegar was extremely overpowering. I ended up adding brown sugar (about 3 Tbsp.) to try and over power the strong tangy taste. I did use orange juice because I did not have an orange for the zest. I used 3-4 Tbsp. of orange juice to the sauce. Sorry, but this recipe just did not do it for me.
Mmmm, hmmmm...pretty freakin' awesome despite the confusing directions!
I made this last night and we loved it. The orange flavor really stands out wonderfully. I didn't use the slurry in this and we didn't feel like we needed it. I will repeat this recipe often, its so easy and tastes great!!! Thank you so much for posting this fantastic recipe.
Very delicious! I followed the directions exactly as written and it came out wonderful. If I make it again (which I will!) I will double the sauce so we have extra for the rice. Great recipe!!!
I absolutely love this recipe and its going into the must add to cookbook. But I only gave it four stars because as mentioned by other users the cooking directions were horrible. I will highly suggest reading the directions first before beginning to cook anything to determine what will work better for you. Then as other mentioned double the orange chicken sauce so you have enough sauce to add to your rice and veggies.
Just made this recipe, I used orange marmalade in the sauce and orange juice instead of the rice vinegar and water....the recipe was confusing but I followed some of the other reviewers suggestions and I'm really satisfied with the result!
not bad for my first try at it! double the sauce is a must. and thicken the sauce before adding the chicken to retain the crispiness.
I choose this recipe because my 6 year old daughter love panda express orange chicken. I made it and me and my family love it, thanks. The flavor melts in your mouth, better than Panda Express!
This was sooo easy to make and my husband thought it was better than PANDA EXPRESS - next time, I will make more sauce!
This was awesome, I used the other reviews advise and just used half an orange for the sauce. We liked it better than Panda! Also, I know I'm guilty but make sure that everything is chopped ahead of time because it goes fast from the start, especially with the wok.
This recipe gets a one star because the sauce is horrible absolutely nothing like panda express. A recipe that claims to be a replica must take somewhat like the original otherwise name it just orange chicken. I read the reviews prior so I made a decision to start with the sauce and I am so glad i made that decision cause I'd be eating plain ole fried chicken.
I loved this recipe, in the future I would definitely make double the orange sauce, and add about 1 TB. lemon juice. I also used white grape juice as a substitute for the rice wine, it is a great tasting inexpensive alternative.
This is actually very similar to Panda's orange chicken. My husband loved it and so did I. <br/>I made some necessary modifications; I used low sodium soy sauce (a must). Also, I used brown sugar and used only 4 tablespoons instead of 5. The sauce was not enough for the chicken, so I doubled the amounts. A little corn starch slurry is required to thicken the sauce before adding the chicken. It turned out awesome. Another thing I have to mention, this is the most delicious dish I have ever made in less that 20 minutes including preparation!!
This is a great recipe. It's NOT better than Panda Express but, it's good none the less. My husband and I just moved to Switzerland and we really miss Panda Express so I was looking to make something similar. 
 It does take a lot of work and as the time says above it will take over an hour. The next time I make this I'm going to put a little less ginger because it's so strong and I'm going to add some juice from the orange. I did add toasted sesame seeds and that worked out well. I messed up at the end when adding the orange sauce to the chicken. I put to much cornstarch in the mix and I should've waited for it to thicken on it's own so don't do what I did. Bon Appetite !
I love this recipe! It's one of my family's favorites. Thanks for editing the instructions, they are not hard to follow at all anymore. Thanks for a delicious recipe.
egg is not needed (just fry up the chicken in flour or cornstarch and it tastes delicious) .tooooo much sugar; definitely double sauce, even only 8 T of sugar instead of 10 made it too sweet. keep vinegar and ginger, add extra onion (it adds a little extra zing) .
otherwise, completely delicious.
Recipe is good. I know how to cook. <br/>Why do some people complain about the recipe when they didn't follow it or changed things? <br/>You can't give it a bad rating if you didn't use the recipe. And, if you are bad at following directions or don't cook...it's you, not the recipe. You can give 10 people the same recipe and you'll get different food...except from experienced cooks. Alas, there are certain methods to cooking Chinese food properly which the recipe doesn't go into. Wok, high heat, the right oil (peanut oil for frying), using sesame seed oil, fresh ingredients, real ginger, garlic...
I;m sure this is 5 stars but mine just was not what I expected.I think it was the ginger very strong and not sweet enough little too tangy made double the sauce and found it was not enough so I made 2 more added more sugar and mandarin oranges to give it more sweetness like I get in the chinese restaurants.
Wowwwwww!!! Wowwwww!! Wowwwwww!!! 10 stars!!!! Definately a keeper! My hubby and kids loveeeeeeeeedddd it!
This was so good, everyone from my husband to my 21 month old grandson enjoyed it.
Anyone know the nutritional information for this recipe?
Great recipe! Family loved it.
Ive never had Panda Express so dont know if its a clone recipe or not. But I made this for chinese night with the family..Everyone really liked this. I did not use 1/4c water but subed with more orange juice..Had to add another 1/4 c to the sauce before serving as it got pretty thick..Just added to the flavor..I served this over rice with pot stickers 13320,chinese fried rice 142346 and for fun homemade fortune cookies 110768....I will make this orange chicken again....
This recipe is awesome! So fresh tasting and great when you live in an area without the real thing.
The instructions are not quite clear, but I think I&#039;ve figured it out. Three bowls. Chicken in one. Egg mixture in the second and flour/cornstarch mixture in the third. Most experience cooks would figured this out.
I loved this recipe it was easy and my VERY picky husband loved it!! I will cook this again!
This is the very first review I'm writing and I had to write it about this recipe!! It's just that deee-licious. I made it for my boyfriend who isn't a fan chinese food made this way (breaded meats, etc) and he can't stop raving about it. I do change the recipe a bit by separating a bowl of egg for dipping and a bowl of the flour and cornstarch and dip the chicken in the egg first and then dip it in the flour/starch bowl. I feel that it's an absolute must to double the sauce and I personally use brown sugar instead of white sugar. Mmmm, totally better than Panda Express' orange chicken in my opinion and a total keeper.
My family loved this meal. I used two whole tangerines and my Bullet mixer to make a tangier sauce.
Terrible. I am sorry to be so contrary to other reviews but this was just awful. Nothing like Panda Express. Way too sweet -so sweet I couldn&#039;t even finish one serving.The instructions were AWFUL. Read and then re-read and possibly re-read again before you start making this. Or just don&#039;t. (make it that is)
I couldn't find all the ingredients at my local supermarket. So i use already made orange sauce which had a slight bitter taste.
This turned out better than I could have expected. I added a little garlic, onion and a pinch of 5spice powder to my salt and white pepper egg mix. I stirred the chicken into the egg and let it sit. I put cornstarch only into a bag and in small batches add the chicken then shake away. Double up on the sauce as everyone suggested. I used 100% grape juice instead of rice wine and Orange juice in lieu of vinegar. I used 4 tablespoons of sugar. It was amazing and very crunchy! All you need is egg and cornstarch. Pretend like the suggestion for flour isn&#039;t there!
OMG! This was soooo good! I didn't think it tastes exactly like panda express's chicken...but I couldn't believe I made it myself. I will definitely be making this again and again!
This is the first time I ever tried to make breaded chicken like this. I tripled the sauce because of the other reviews...It was great....we loved it.
THE CHICKEN WAS AWESOME!!!!!! GREAT RECIPE! I used panda express orange sauce. Tasted just like something I would order
Really good!! I didn't have any orange zest, but it still turned out great. I will try it w/ the orange zest next time, but my fiance said it was "perfect"
This recipe is VERY misleading. It tastes nothing like Panda Express' orange chicken. A followed it exactly and realized that there wasn't enough sauce AT ALL. I had to quadruple the sauce. And even in doing that the chicken tasted nothing like Panda Express, or even orange chicken for that matter. Terrible, 1 out of 5.
Love this recipe. I agree on doubling the sauce. Very good with plain jasmine rice. I also added uncooked shredded carrots and blanched broccolli for a full meal!! I will make this at my next dinner gathering!!
Delicious!!. I froze the left overs. I will let you know how it freezes. I followed the recipe exactly.
Just wonderful! My only regret is not making enough :( The BF inhaled his plate and when he found no seconds, he proceeded to stare at MY plate until I was finished - waiting to see if I look away to steal it?! Very tasty orange chicken! Will definitely make it again!
My husband who LOVES chinese food , raved about this dish! He said it was the best orange chicken he's ever had. I thought it was pretty good as well but fairly time consuming and messy to make.
Our family was mixed on this recipe. The guys said it was too sweet while us girls thought it was perfect. I think next time I will use a little less sugar. I doubled the sauce ingredients and gald I did. While it is time consuming the end product was well worth it. Thanks for posting.
Came out great! I agree with the other reviewers that you must double the orange sauce.
The sauce sounds amazing! I am just going to use chicken thighs and skip the breading part, pour the sauce over them. How bad can that be? Also liked the tip about adding freshly grated orange zest. Yum!
The sauce turned out pretty bad and it tasted like straight vinegar but the chicken was great.
This recipe has to have the worst directions ever. Dip the chicken first in the egg mix, then the flour/cornstarch,then fry Also it tastes nothing at all like Panda express. This has way more vinegar &amp; is a lot spicier. It was good, just nothing like I was expecting. Also not hard, once you decipher the instructions. Be sure to prep everything &amp; have all your ingredients on hand first. I doubled the sauce and it was way dry. Next time I will quadruple the sauce, as I like some over my rice. The flavor was pretty good &amp; I will be making it again, with modifications. And you can skip the &quot;flour mixture&quot; &amp; just use cornstarch if you want. You could even skip the egg part as long as you season your chicken--I don&#039;t think it added anything. Tastes the same...
Okay this is a four star because the directions are not good for the first few steps. But the mixture of ingredients are spot on. I did put a little less sugar in then what it says because one of my kids says that Panda express orange chicken is too sweet. I feel that this is actually just a little better then panda express and well worth the time it takes to cook it. Forget eating out at this house!!!
Use Shaoxing (available at many Oriental food stores) for cooking wine. At the end, instead of using 1/2 cup water + 2 tablespoons of cornstarch, try to use 1 tablespoon of cornstarch instead. That way, you preserve the color of the dish better and also will be able to have some running gravy for the rice. Overall, this is a very good recipe. Oh by the way, the recipe did say that the chicken needs to be dipped in the egg mix (egg + salt/pepper + oil) first before coating with the flour/cornstarch mix.
I made this tonight and it was delightful. In light of previous comments I doubled the sauce. Since this involved zesting two oranges, I then cut the oranges in quarters and used their juice at points where the recipe called for water. 

I didn't deep fry the chicken, I pan-fried the chunks in about 1/3 inch of corn oil, that worked fine.

I didn't have rice wine on hand, so I used orange juice there as well, and the dish turned out wonderfully.

As others have noted, this recipe is not one for people in a hurry - frying the chicken chunks without crowding the pan takes a while, but the result is well worth it.

Thanks to KatieMom84 for posting this excellent recipe.
So far, I have only made the battered chicken part of this recipe. I wanted to have a good, thick and crispy battered chicken to use with some leftover Asian style sauce I had made for some pork chops a few days ago. This fit the bill perfectly. It crisps up nicely and does not get soggy when put into a saucy dish. I can't wait to try making the sauce as well!

December 19th - I made the battered chicken part of this a few nights ago and we love the crispiness of it! This evening I made the chicken and the sauce part of the recipe as well. While the end product is incredibly yummy, I feel the recipe is not well written. For example, when the recipe says to add the chicken to the cornstarch and flour, it says nothing about reserving the extra tablespoon of cornstarch for later in the recipe in order to thicken the sauce. Additionally, I don't see why the ingredients from the chili pepper on are not included in the orange sauce mixture. Why not just mix it all together and skip a few steps. It all ends up together anyway, and the extra steps called for are not ones that would change the recipe in any way if the ingredients were simply added to the list of orange sauce ingredients.

I don't mean to be critical but I feel the only thing keeping this recipe from being rockstar material is the poor writing of it.
I have just completed this recipe. It is a very good recipe for orange chicken. It does not taste like Panda Express' orange chicken. It actually taste better than Panda Express. This recipe has a true orange zest! I must agree with others reviewers that the instructions are not too clear. I deviated slightly from the recipe based on previous comments. I put the chicken in the egg mixture first and then took each piece out and coated it with cornstarch only. Then I put the chicken in the deep fryer. I used garlic powder instead of garlic. For the sauce itself, I substituted the water and vinegar with orange juice. This will help enhance the flavor of the sauce. Also I used about 1/3 of an orange for the zest. It came out great! The only bad point I had ..this recipe was time consuming and the unclear instructions. The real secret to this recipe is that true orange taste from the sauce. Also you may want to cut back on the crushed chili pepper! And definitely double up on your sauce! I will definitely be making the sauce again. This is the best orange chicken that I have tasted.
This was great and really tasted like restaurant style! I omitted the rice wine and the chili pepper because i didnt' have any but it turned out great. I feel like I should have cooked the chicken a little longer so it was more crispy and i might even double the sauce next time...our family loves sauce. It was way good and I will be making it again!
It was delicious. I didn’t have zest of orange so I used 1/2 tsp of orange extract. I also used 1/2 tsp of garlic powder since I didn’t have minced garlic. I also used 1/2 tsp of onion powder bc I didn’t have green onions. I sub 1/2 tsp of ground ginger because that’s what I had at home. I omitted the red pepper flakes because my family doesn’t like spicy food and I wasn’t sure if it was going to be spicy. I also seasoned the chicken and omitted the salt and pepper. I also had to add two more eggs and increase the flour and cornstarch mixer. Maybe I’m just heavy handed. I will definitely make it again. This was so good.
Soo.. good! Husband agreed, just enough kick, served over brone rice had leftovers for lunch the next day. Will make again often!!
i really liked this recipe as the chicken comes out crisp like it does at panda express. for the people who doubled the sauce, wow. i know i didn't use exact measurements and wound up with more than was specified, so mine was just a little goopy. next time i will do what is listed. also, for future users of this recipe, when you mix the egg cornstarch and flour together, it will be crubly (made me think, well how is this going to work). you didn't do it wrong, it will stick!!
This recipe is so yummy... I did go with brown sugar, rice wine vinegar and orange juice concentrate instead of orange zest.... Holy hanna my family asks me to make this instead of going to Panda.... whoot whoot!!
Just made this and I agree with the others who said the directions need to be clarified. Also, I found that it was way too much orange zest,otherwise a good recipe. Thanks for posting.
If I remember right the ingredients call for a 1/4 cup water. I found the batter turns out like paste so I added the water, solved that problem. i bought a bottle of panda orange sauce at the grocery store so didn&#039;t make the sauce, skipped step #17 and #19. it was great. For me the fresh ginger root and garlic and green onion made the dish.
I made a tofu version of this that was pretty good, although our sauce evaporated before it boiled -- I threw together another batch super fast but am positive the proportions were way off. Not sure it tasted anything like orange chicken, but it was good anyway!
This was absolutely amazing! Definitely double the orange sauce though. Yummmm. I want to make it again tomorrow!
In addition to what I wrote before I wish to give this 5 out of 5!!!
While we enjoyed this, it was far from Panda Express's famous Orange Chicken. I tried frying it up in the wok, but it just didn't work. It was okay, but not a favorite....I'll probably try again though seeing as everyone else had such great reviews. Maybe I missed something.
Tonight was the second time I made this recipe. Followed exactly, it gets rave reviews. I was going to take a picture but I ate too fast
I followed the recipe exactly as written. The sauce is very good and is definitely worth making a double batch. The chicken itself was just "eh". I would change the coating recipe to be something to compliment the sauce - in fact, just a pan seared chicken breast with carrots and pea pods would make a great base for the sauce!!. It was NOT Panda Express. Like others if I had been a "new cook" this recipe would have been very difficult to follow. I will make the sauce again!!
This recipe was really tasty, however, took a very long time frying the chicken in the Wok. If you had a fry daddy, it would be wise to fry the chicken ahead of time while preparing the sauce! The flavor was amazing, made it for my roomies and our friends and they loved it! Thank you!
This is the best orange chicken recipe iv ever tried and a staple in our home since my kids keep asking about it! Follow the recipe step by step, you can go easy on the chili if you like if you dont want it too spicy but other than that its delicious!
This was absolutely excellent. I actually made it with soy chicken and it tasted just like the real thing. I didn't bread the chicken, I just cooked it and started at step 10. But this was delicious. Great job!
Fried chicken is orange when it is half-fried.Well, the 3-4 minutes of frying it proves it's still raw and not edible!
This has become my go-to recipe for my family. It after trying two other recipes, my wife and my son say this is exactly what they wanted since it tastes just like a Chinese restaurant-made dish. The prep for the recipe is involved (I use 4-5 mixing bowls) but other than that it's super easy. The only tweaks I've done is to adjust the amount of red pepper flakes, garlic and ginger because too collectively they can make the dish too spicy for my wife's tastes. I make the entire thing in my wok. For a side dish, I steam up some jasmine rice, let it cool or put it in the fridge, and then fry it up in a separate skillet with scrambled eggs. sliced green onions, and soy sauce. I'll be making this again in 2 weeks to perfect the spiciness level for my wife.
This was the best orange chicken I've had in a long time. My kids loved it and told me that moms kitchen is their new favorite chinese restaraunt. Thanks for sharing.
This Dish rocks..made it twice already. Doubled up the sauce both times. To save time you probly could use chicken strips. I think it taste better then panda.
OMG! What DO I say??
This recipe MORE than awesome...MADE MY DAY!
DEFINATELY double the recipe too!
I also added seseme oil and zest at end too!
Gave recipe that extra ZING!
This recipe IS like a gold ring!!!
First I need to say that I agree that this recipe is written in a more complicated way than required. After reading the reviews I made some adjustments to the method as well as ingredients. I have never had the Panda Express version so wasn't likely to be disappointed. :)<br/>First I made the sauce in a small saucepan, choosing to saute the ginger and garlic at that point rather than adding it to the wok prior to cooking the chicken. I included the cornstarch so it was ready to go. I tripled the sauce and was glad I did. <br/>Along with some other reviewers I dipped the chicken in the egg mixture and then dredged it with flour before frying it in a wok with the chili peppers and green onions etc. This streamlined the process as I was not required to set aside the chicken other than to wipe out the pan. Tossed in the sauce and 5 minutes later we were eating. This is definitely a Five Star tasting recipe but in fairness I can only give it four for all the adjustments I thought necessary. Thanks for posting this yummy chicken dish. We will be enjoying it for many years to come.
Boy was this ever a hit! I didn't have gingerroot or orange zest, so I sub'd 1 t of ground ginger and 1T of orange juice concentrate. My DH is not easily impressed, but he couldn't get enough of this. Thanks for a great recipe!!
My family thought that this tasted better than the Panda Express version. The only mistake I made was doubling the recipe for the sauce because of others reviews. It was too much sauce and way too sweet.
Next time around, I would decrease the chili pepper to 1/4 teaspoon and decrease the ginger root to 1/2 tablespoon. The recipe isn't quite as good as Panda Express (there's still something missing) but a nice substitute to make at home.
I thought this was great! My kids enjoyed it as well. This is how I interpreted the instructions, and it worked splendidly. I put the egg, salt, pepper in with the chicken, mixed it well, then added the flour/cornstarch mixture. The chicken was not soggy at all! I also doubled the sauce, use apple cider vinegar, and replaced some of the vinegar with OJ. Instead of green onions and red pepper, I added snow peas and mini sweet bell peppers (I am cooking for kids and a husband with an onion intolerance.) I am seriously considering seconds...definitely left overs tomorrow. Yum!
This was great though I would make double the sauce next time and Stir fry the chicken instead of deep frying it. I would also replace the orange zest with frozen orange juice from concentrate for a bigger more sweeter sauce. Also keep water handy to add to the batter and the sauce if it's too thick for your taste (as it was for mine).
I don't think it tasted like panda express chicken at all...it wasn't a bad taste, just not panda...But i am a bit picky about my panda orange chicken! :)
Oh..........Heaven............This was Heaven!. Made just as stated!
Realized that I didn't have any frying oil in the pantry but made the sauce while deciding on whether or not to make a late night run to the store for it. Remembered that we did have packaged pre-breaded chicken tenders in the freezer so I thought I'd give that a try. Baked those till they were crispy, cut them up into chunks and tossed them in the sauce. Big thumbs up! We like spicy so I doubled the red pepper flakes. This recipe is a keeper. The kids are already asking me to make it again.
This turned out so good! However let me say first that I &quot;cheated&quot; a little since I already had the Panda Express orange sauce in my pantry. I picked it up at our local grocery store and it's not that expensive either! But I did do the frying and everything else as the recipe states, except I had to double the flour &amp; cornstarch mix. And yes the directions are a little confusing if you're new to cooking, but you should go &quot;wet to dry&quot; when you're doing this. As in, put the chicken in the egg (&quot;wet&quot;) mixture first, I let mine soak for a few minutes, then dredge it through the flour/cornstarch (&quot;dry&quot;). I let it sit there for a few minutes as well, that's one of the secrets for southern fried chicken, is to let it kinda dry or thicken up just a little bit before you put it in the oil. Other than that, this recipe was great and I've saved it to come back and make it again!
We really enjoyed this.I wouldn't say that it's exactly like Panda Express' orange chicken, but it is very good. I used chicken breasts and I substituted orange juice for water in the orange sauce, and I'm glad I made the substitution. It definitely brought the flavor to another level. Like other reviewers, I wish I had doubled the sauce! My boyfriend liked it as is, however. I have added this to my cookbook though, and will definitely make it again. Thanks!
my wife and i tried this out for the first time tonight and it was great - we made it pretty much as the recipe called for but we did double the ingredients for the sauce and we added 2 tbsp of orange juice - only thing i would suggest is deep frying instead of cooking the chicken in the wok -
First Class as a single person who buys takeaway it was far better and tastier

Thanks

Richard
Made this tonight and it is delicious! I'm not a fan of spicy food so next time I'll leave out the peppers. Otherwise it's delicioius.

My kids are super picky so I left the sauce on the side and they just ate the "nuggets" while hubby and I spooned the sauce over our chicken. It's great!
This came out great! The orange flavor came through very well, and it was not greasy at all! I used dark meat for the chicken, & served it over brown rice. 
Loved it- thanks!!
First of all, I agree with other reviewers that the direction on breading the chicken is a bit confusing. However on the second look, it reads to me like a note-to-self instruction for the 3-step breading (flour dredge, egg dip, and then bread crumb) in this case the last step is flour again instead of the breadcrumb. The reason that I write the review, is because my picky-eater husband rated this recipe a ?10 out-of-10&quot; =) so I figure that I should share it. I &quot;tweaked&quot; the recipe a little bit by baking the chicken and since I did not have the boneless chicken. I also added vegetables to the sauce to balance out the recipe. I used 2 lbs of chicken drumsticks and marinated them with milk powder (as we ran out of regular milk) + extra virgin olive oil, salt and pepper for several hours in the fridge. To bake the chicken I preheated oven to 375-degree, added a few pinches of Italian seasoning to the flour mixture recipe. Since this is for baking, I skipped the egg dipping and the re-coating with flour process altogether. I then shake-off the excess liquid off the chicken pieces before dredging them with the flour mixture. The drumsticks were baked for at least 45 minute until golden brown and crispy. As soon as the chicken came out of the oven, I generously sprinkle the chicken pieces with finely grated parmesan cheese (a ready-made product in a shakable-topped bottle). I also lightly sprinkled crystallized limejuice powder (found on amazon called ?true lime?) since my husband likes lemon/lime on his chicken. For the sauce, I added 1 cup each of diagonally sliced carrots, celery and fresh pineapple (that we happened to have) to the sauce before adding the thickening cornstarch. I kept the chicken pieces and the sauce separate so that the chicken pieces stay crispy. For me, I served my vegetable with sauce over-rice and placed drumsticks on the side to retain crispness. My husband ate the drumsticks alone with the sauce-coated vegetable as a side dish without the rice. Thanks for posting the recipe. Hope you enjoy the recipe and the variation as much as we did! Cheers!!
Excellent
 a little sweet but will adjust
beats take out 
a winner we both enoyed it and will again tonight thank you
Absolutely amazing! Not too complicated, and is sure to impress just about anyone. Great dish!
The best...hands down!!! Try it for yourself and you will see exactly what i'm talking about!!! Thanks for the recipe!!!
I made the recipe as is. Chicken was crispy sauce is incredible. Rave reviews by my 14 yo daughter too.
Panda Express's Orange Chicken is my very favorite item on their menu, but to me this recipe does not taste anything like their recipe! Don't get me wrong this is a great recipe we all really enjoyed it. What I like about this recipe is the flavor is nice and mild yet really stands on it's own. Next I would triple the amount of orange sauce so that there is a little to add to the rice. What I do not like about this recipe is the fact that it's time consuming. The mixing of the egg and corn starch is a nightmare! What a mess! I ended up taking each piece of chicken that was clumped together and pulling them apart then putting them in a zip bag with 1/2 cup of flour to keep them all apart. Yeah a little more time than I care to spend in the kitchen on a weekday. If the directions were written up better it would be easier.
I really liked this. And I did read the comments and took the advice. Squeezed the orange juice in there and doubled the sauce. I also made it Gluten Free so I substituted the flour with a gluten free all-purpose flour. Overall I enjoyed this, and so did my family. Would recommend.
Since I put my hands on this recipe and I'm preparing it all the time. Everybody loves it and it's easy to make. The only change I did is to use 1/2 the meat recommended and added 3 big spoon of honey to sauce (for sweetness) and uses less sugar but you need the sugar for caramelizing and glass â€¦ I also added 1 cup of orange juice (or as much as you like the souse to be) instead of the zest then used 2 or 3 spoons of cornstarch (the more u add cornstarch the thicker the souse) â€¦
I just tried this recipe after reading a few reviews. I made a few changes in attempt. First, to combat the clumpiness of the batter, I doubled the egg mixture before mixing it with the flour mixture. No clumps. Then, I put the chicken in to coat (I like this rather than dipping first in egg mixture then coating in flour mixture...this is a hassle). I used chopsticks to pick them out of the batter and into oil to fry. With the sauce, I doubled it too, but since other reviews said there's too much vinegar, I used only 5 tablespoons of vinegar and 7 tablespoons of orange juice. I only used 6 tablespoons of sugar (less sugar since the juice has sugar)instead of 10 though. I also used only the zest of 1 orange. I mixed in the cornstarch mixture(1/4 water to 1T cornstarch) into the bubbling orange sauce BEFORE adding the chicken to coat because I liked to maintain a little of the crispiness of the chicken. I forgot to put in sesame oil. But it's still good!
We loved this! My kids preferred it without the sauce, food purists all three! It makes great breaded chicken. The sauce is excellent. We will definitely do this again, despite the obvious work involved in the frying process. I think it took us an hour. Most of the work is in the frying.
Very, very tasty! I'm writing this review as I eat it, its that good. However the next time I made this, I will probably double the sauce amount... although there was juuuuust enough to coat the chicken, there wasn't enough to seep into the white rice below. I wouldn't say this was dead on to Panda Express's dish, but it comes pretty close.
definitely worth the effort once in a while.
Delicious! I substituted orange juice for water and strained the orange sauce before mixing in the chicken. I will definitely be making this again!
My family loved this recipe and I found the recipe quick and easy!
I must have do something wrong, it tasted nothing like Panda Express. It was very sour and had too much ginger. I'm so sorry but I don't think I will try it again...
I made this the other night when i was craving Panda Express. The only thing that might need changing would be the zest. it overpowered the dish. I will be using OJ the next time. My husband took seconds which is a good thing in our house.
Delicious! Better than Panda Express. I did make one mistake. I used Kosher salt, so I should've reduced how much salt I used. I also used a Fry-Daddy cooker which made the frying a snap and much crispier. I might make a bit more sauce next time. Otherwise, perfect.
Ok. Whoever claims this is like Panda Express Orange Chicken is crazy. This is MUCH BETTER. It doesnt even compare to that fast food crap. I read some reviews advice and also doubled the orange sauce ingredients. I also pureed the orange sauce for a nice smooth sauce (a few of the people I was cooking for were a couple of little girls - 3 & 6 year old). I cooked the chicken in two shifts, which ended up being a good thing because for the second time around I dramatically reduced the red chilli, the first time it was a bit too spicy for the lttle ones. However the adults raved about it.<br/><br/>I substitiuted tapioca starch for the corn starch. I subbed rice vinegar instead of the white vinegar, as I doubled the orange sauce ingredients, I used 5 tbs of rice vinegar and 5 tbs of OJ. I reduced the sugar a bit and used brown sugar and a bit of honey. <br/><br/>I didn't get the combining of the egg and flour mixtures. Instead I dregded the chicken in the egg mixture then in the flour mixture. I got a nice and even coating. <br/><br/>Everybody loved it, an absolutely fabulous way of getting the kids to eat veggies including some super foods like ginger, garlic & green onion. I also served it on a bed of fried rice, which had another boatload of veggies. <br/><br/>This recipe is going in the permanent rotation.
It took me a lot longer than 45 minutes to make because I have 2 small children (whom were both sick). Aside from the fact that I used a large orange causing it to taste "too orangy", it was wonderful! I did, however, use rice vinegar instead of rice wine since my grocery store doesn't carry rice wine. (I live in a small town) I doubted it @ 1st, but I am now a believer and I will definitely make this again. My family loved it even tho it was "orangy". When served over brown rice (or white rice) the "orangy" taste was almost nonexistent.

~ Gorgeous Goddyss
It's not tangy. The recipe calls for Rice Wine. It should call for Rice Vinegar. Keep on making corrections. You'll get it right someday.
This meal was REALLY good. I served it with white rice and fresh snow peas. The only thing that I will do differently next time is double the sauce. I wanted more sauce on my rice. But the flavor was exceptional. My DH said this dish was WAY better than Panda Express.
This is a fantabulous recipe. My 16-year-old daughter, who hates pretty much everything, loves this and actually requests it! I made it "as is", but did double the sauce, as we like it extra saucy. A keeper!
This Orange Chicken was a Divine meal for me and my family. I have always loved Panda Express's Orange Chicken and was really suprised to find this recipie. i have cooked it twice already and intend to do lots more!!

-Scott
I thought this was pretty good. I didn't add the flour with egg. I dipped my chicken in the egg and then cornstarch without flour. I have never seen a Chinese recipe with flour added to the cornstarch. I also brined my chicken in a brine that had 1/4 cup of salt, 3 T orange zest and 1 qt of water. This adds more orange flavor to the chicken. I got this from another orange chicken recipe. I did everything else except I used rice wine vinegar per other reviewers. I just don't understand how so many people thought that the recipe was confusing. It was 1,2,3 and so forth. It doesn't get easier than that to me. I really like this recipe with my changes. Oh yeah, I also doubled the sauce per other reviewers also.
This is SO SO SO good. Looking for a version of this recipe, we came across lots of much more complicated ones with lots of hard to find ingredients. But who needs all that with this recipe. A delicious, tangy orange chicken made with easy-to-find ingredients. Not an exact copy of the Panda Express, but... who cares? Hubby and I think it might be even better than theirs. 

Just a note- also tried this w/out breading and frying the chicken. Used sauteed chicken, carrots, peppers, and onions for a heart-healthy version that was just wonderful!
Great recipe! After reading everyone's suggestions I used less sugar, 4 T., put the breading mixture in a zip lock bag and smooshed the chicken pieces in the bag with the mixture. I'm sure as I make this recipe the time it takes to make will get shorter. I do find if the chicken breasts are frozen it is much easier to cut it into bite size pieces. The microplane grater is fantastic for grating the ginger and orange. This recipe is a keeper!
Hi everyone! We wanted to let you know that we've heard your feedback about this recipe being confusing or incomplete and have corrected the recipe instructions to make it much easier to follow. It now includes complete instructions for making the orange sauce. We encourage you to try this recipe again and let us know how it turns out, and as always, thank you so much for your great feedback! -Team Food.com
I made this a while ago and totally forgot to review it. it was great! this was my first frying experience but the directions were really clear and the final result far exceeded my expectations. The citrus flavor is great, thanks for sharing this recipe.
Double the sauce recipe FOR SURE. Other than that it&#039;s by far the best orange chicken recipe EVER.
If I had to rate this on taste alone, I would give 5 stars. I do agree the directions were a tad confusing, however after reading reviews I made some adjustments and it turned out perfect. First key is that the flour / cornstarch / egg mixutre is a WET batter. I increased to 2 eggs and a splash of water to get a thin pancake like batter consistency. I also coated the chicken pieces (I used cut up chicken breast tenderloins) in cornstarch first for about 10 minutes so the wet batter would stick to the chicken when I fried it. Second key is to use PEANUT oil if at all possible for frying. It really does make a difference in flavor. I used a wok and about a half inch of oil and the chicken turned out nice and golden brown. If you are frying in small batches, keep the fried chicken in the oven on warm on a wire rack and it won't get soggy. Third key is to use fresh ingrediants (ginger, sesame oil, etc.). I also adjusted the sauce (yes, double it!) to using a combination of white and brown sugars and reduced the vinegar by half, substituting the remaining vinegar with the juice of the orange. The zest is a must. I made the sauce in a separate sauce pot and let it reduce while the chicken was frying. I also added a cornstarch / water slurry to thicken the sauce just before I tossed it with the chicken. I will say this recipe is probably not best suited for the first time cook, however if you have the passion and the time, anyone can make it and is worth the effort.
This is an excellent orange chicken recipe! The only change I made was reducing the hot red chili pepper to 1/4 tsp, my DW can't take to much heat. I had cooked some asian vegetables for a side, and ended up mixing them into the chicken. Not only did it add some color to the dish, but it tasted great! Will be serving this dish again and again.
Goes to show that the reviews should be read BEFORE you start cooking! Indeed, these instructions are faulty. When I realized it I added water to the egg/flour mess, coated the chicken with it, and then dipped in an additional dry mixture of cornstarch/flour. I had already determined that the sauce would be skimpy and used with 1 lb of c(hicken instead of 2, which was perfect. My son begs for orange chicken and he was ecstatic. If you don&#039;t like heat cut the pepper in half.)
My future son-in-law made this and it was outstanding! We aren't fond of fried food so he just cooked the coated chicken in the frying pan until done and continued with the sauce, which he doubled. I am trying it tonight and wish I had watched him more closely!
Although the recipe was confusing at the beginning, this was a very tasty dinner. I would make more sauce next time and add veggies.
Awesome! Warm to the tongue but not too spicy. Great blend of flavors. Will double sauce next time. Family lived it, even husband who doesn't like Chinese food.
I have to leave a review. This was amazing!! With the fresh garlic, ginger and orange zest everything came together and tasted SO fresh! The sauce was very flavorful, I cook alot and have alot of experience in the kitchen. I did think this was quite a lot of work for a sauce and chicken combo, it did take me over the recommended time but I did 5 lbs of chicken, and tripled the sauce recipe. Would highly recommend this recipe. FOLLOWED exactly. Added rice and fed 12 people, everyone loved it. Fought over who took the leftovers.
This is a great recipe. We all loved it. Thanks
This was just okay for me. It seemed to be missing an essential spice and I could not figure out what it was. I did not coat the chicken, but opted for a somewhat healthier option of just cooking the chicken in a little bit of oil and orange juice. Defintely no where near Panda Express, but it was a craving I had to nip in the bud.
I adjusted this recipe to please my 14-year-old. I only used 1/2 tsp minced ginger root instead of 1 T. For the Orange Sauce I used 1 1/2 T soy sauce, 1 1/2 T orange juice, 4 T sugar, 5 T white vinegar, orange zest to taste. I also serve it with toasted sesame seeds on top as it is done in the fine dining restos in New York City.
Sweet and orangey, very very good and different! I did double the sauce, but will triple it next time. Water could be subbed with orange juice, like suggested before.
my husband and i absolutely LOVE this recipe.
Wowwy, wowwy, WOW! This recipe was fabulous. It took a little effort, but it paid back ten fold. We omitted the red pepper (we like it sweeter) and the green onions (husband hates onions) and it was still amazing. I wasn't sure how much zest to use, but after some research I found out it was actually 3 tablespoons. It was right on. By the way, this was much better than Panda Express!
Doubled the sauce and used Rice Wine Vinegar and OJ in place of white vinegar. We loved it!!!
I made this recipe as written, and it was delicious. I will definitely make it again, and I'll double the sauce as recommended by so many. My husband loved it although I used chicken breasts and he prefers dark meat chicken. I want to make it for my younger son, who loves to order this at Panda Express.
Because the beef here in Costa Rica is so tough, I have been making mostly pork or checken recipes. this one turned out great and very spicy. (I might cut down the red peppers a bit next time, then, maybe not) I did soak the checken in the orange juice from the orange I shaved for the zest. getting tired of chicken, so will probably use this again as its different.
Just rating the sauce here. We had an orange chicken emergency where my other sauce got contaminated. This was a quick and tasty alternative that we will use again. Only 4tbsp sugar and vinegar. Kept other amounts the same.
This turned out delicious! We will definitely be making this again and again. The only change I plan to make the is to double the sauce.
So I made this recipe two ways. . .one with baked chicken and one with tofu. As per the recommendations of others, I doubled the amt of sauce and used fresh squeezed OJ with a couple splashes of white vinegar. I also added some steamed broccoli, frozen peas, a thinly sliced carrot and a little onion. I think the sauce was definitely good, but not restaurant quality. The neighbor thought it was pretty yummy.
Yummy! Decided not to thicken it up and it was great.
Excellent! Delicious!!!
Would increase the prep time and cooking time though. It took me almost an hour and a half to make the whole thing. But was soooo worth it! Thanks for posting!
Awesome!! Could not find rice wine, so used rice wine vinegar. Omitted sesame oil (don't like the taste) Doubled the sauce and yum, yum. Won't be ordering take out anymore. Time consuming to fry the chicken but well worth it!
Family loved! I kept corn starch/flour mixture & egg mixture separate. I put orange zest in sauce (as well as one quick squeeze of juice from orage) early. I added sesame oil as suggested. Keep oil at hot temp to be sure to get the golden color. After meal was complete, I placed in a casserole dish and put in over to keep HOT!
Fabulous, when deep fried the breading looks so professional and the end product tastes great! Even when reheated the texture and taste is still wonderful.
Very tasty! I doubled the orange sauce and pan fried the chicken rather than deep fry (didn't feel like messing with the fryer). I served alongside citrus-glazed kale.
this recipe is awesome I made
 times it said and still had none left it is really good!!
I made this recipe...It was delicious! I agree the instructions were a bit confusing, but once I worked it out it was so easy! Panda Express has nothing on this recipe. The orange flavor was true and distinct. I made a small amount using cut up chicken thigh meat and my honey has asked for more! This time I am using chicken breast meat and I know it will turn out even more delicious than before!
So I loved the sauce it was awesome! Chicken didn't turn out right. I like to follow directions exactly how they are posted, but in this case I should have read the reviews first. Other than the directions being a little confusing for me this was really good. Thank you!
Yummy! Not so great if you are on Weight Watchers though. Still, it's worth the calories for a special treat. I served this with Jasmine rice.
Needs more Orange flavor.
We like this recipe a lot but taking in to consideration the complicated recipe instructions and suggestions of other reviewers to double the sauce, I wrote up an adaptation of it on our personal blog site: http://fromsundaytosaturday.blogspot.com/2014/04/sweet-and-sour-orange-chicken.html It makes it easier to follow and we doubled the sauce recipe. With that changed, we love making it.
I don't think this tastes much like Panda Express, but it's still pretty good.
Fantastic. We can't tell the difference between this and the chicken from Panda. It's so much nicer to make your own since you save so much $$. Thanks for sharing.
My husband requested orange chicken tonight. I love making new things and since I'd never made orange chicken before I was excited to try it. I'm not a fan of Panda Express (but my husband and pretty much everyone else I know is!) My husband and 5 year old daughter ate their dinner in lightening speed and loved it. I thought it was good (I don't really like orange chicken to begin with). This was much better than Panda Express! I did double the sauce as other reviewers suggested. I also added 1/4 cup orange juice to the orange sauce. Other than that I made as suggested. I will make this again! Thank you!
Great chicken, I have made this several times for my family. Orange Chicken is everyone's favorite. I cheat a little now on this recipe since I discovered my grocery store now sells bottled Panda Express Orange Chicken Sauce. I make the chicken as described in the recipe and use the store bought sauce. Thanks!
We loved this recipe, it was so good! I agree with the doubling of the sauce. Although next time I won't double the orange zest. Probably 1 orange would suffice. Highly recommend this one.
Yummy chicken but just a few too many steps involved (crushing, mincing, etc) for a quick weeknight meal. I would probably make it again simply because it's low in calories.
I was using a similar orange chicken recipe, but after my BF went to Panda Express he said something was missing in my recipe. This recipe has more of tang (the vinegar - I used rice wine vinegar). He loves orange chicken and told me that he loves this recipe. I did omit the orange zest and replaced with orange juice. Great recipe!
I made this today for my family and it was excellent. They all said it tasted better than Panda's. I doubled the sauce and it worked out great.
This was so delicious-even my kids loved it! Will definitely be keeping this one!
This is unbelievably good! The sauce is just to die for! I don't deep fry my chicken, but just dust it with cornstarch and saute it and it still comes out great!
I made this recipe with my 15 year old niece. We had a lot of fun and it was delicious. MMM, MMM, MMM!!!! We used chives instead of the green onion and rice wine vinegar instead of the wine. I also accidently put in too much sugar, but it was none the worse. I also fried the pieces in a skillet which probably took a little longer. We used olive oil to fry them in. WOW! Absolutley loved it. THANKS for sharing. I don't know why this didn't have five -stars. An "oops" I guess. I make this recipe often Its soooooo good. Nothing compares. I do use a little orange juice concentrate rather than orange peel though. Probably about 2 Tbs.
Excellent Orange Chicken For DIY! Simple and Easy! Will definitely make this again!
Delightful! It was a little sweet but the orange balanced out the sweetness with the acidity. Overall great!
Delicious! Following others suggestions, I doubled the sauce. I added a bit less sugar as well. I also found I had to double the cornstarch &amp; flour mixture for the chicken. With these tweaks, it was amazing. Be prepared to take awhile to make this recipe. It took me two hours but I might be really slow.
Just like everyone else states, dish is superb especially he sauce. Just like everyone else states these are the WORST instructions EVER! Don't even think about having a glass of wine while cooking. You will need a really clear head to get thru this. Will make again but will only use the sauce part of this recipe.
I believe step 2 should read "in a separate smaller bowl, mix together egg, salt, pepper, etc". I, too had to read this a couple of times before I figured it out.
Very, very good! Whole family loved it! Thanks
I usually open a package of Trader Joe's Orange Chicken, cook up some rice and that's dinner. However, since I had the time and ingredients, decided to try this recipe and am glad I did. The chicken was tender and cooked just right and the flavor was wonderful- not too strong or too mild. It was so good that my husband even swept the floor after dinner without me asking! (I had corn starch all over the floor since I'm a messy cook!)
I'll certainly be making this again.
WOOOOOWWWWW I was sooo impressed with this recipe! Chinese food has always been my forte, and this just blew me away. Really tangy and flavorful. I really suggest doubling the sauce (except for the zest)(and yes, it will be a lot of sugar). I also like to thicken the sauce and add the chicken at the last minute to preserve the crispiness. I'm always hesitant to serve any other dishes with this because they pale in comparison.
Although the recipe says serves 6, my boyfriend and I can finish most of it by ourselves. If you want to feed a family, use more chicken!
YUM!
Have never eaten Panda Express' Orange Chicken so I can't compare the two, but this was darn good eatin'. Relatively fast and easy, but long on taste. However, the next time I make it I will reverse steps 1 and 2 in the directions:
Better then Panda expresses. I used rice vinegar instead of Rice wine and fresh gingerroot of coarse. I will no longer feel the need to go to panada express for the orange chicken, unless I am being lazy that is. Very Good
The recipe really needs sorting out. It doesn&#039;t make a lot of sense. However, mix the egg with the flour and cornstarch, then throw the chicken in, then fry. That&#039;s what I did. I added more sugar, and orange juice along with the peel, it tasted ok, but it wasn&#039;t exactly what I was looking for.
I've never eaten at Panda Express as I'm not much into fast food. This doesn't end up having my favorite orange chicken "flavor" but I'm pretty certain that my end result is exactly what is served by them. With that said, if your a huge fan of the orange chicken at Panda Express, then this is the recipe! Instructions were great, chicken was very tender.
Be careful when you double the sauce ingredients, do not double brown sugar as it gets too sweet. Use light brown sugar, not dark. I doubled the sauce qty as many readers suggested. Not hard at all, my kids loved it, but my husband and I thought it was too sweet.
This is a great recipe. Actually tastes better than Panda Express. Family absolutely loves this dish. Definitely need to double the recipe for the orange sauce.
Made this tonight. Absolutely delicious! Exactly like in the restaurant. Double-fried the chicken to add crunch (2 mins each round). Many thanks for the recipe!!!
Really good! I substituted orange juice for the water in the sauce, plus a bit to increase the orange flavor. I also used red wine vinegar as it is what i had on hand, and it worked very well.
It is very close to there recipe. I dipped the chicken in the egg mixture first then cornstarch and rice flour to make it gluten free. My family really enjoyed this but would deffinatly next time double the sauce since it makes just enough to coat the chicken.
Did not give a star rating as I need to try again the following the recipe. Just thought I'd note that through careless oversight I got 1/2 way through this recipe before realizing I had NO ORANGES! I subbed the rind of a lemon instead. It was OK but not the right flavor with the lemon. HOwever, I liked the flavor and texture otherwise and cannot wait to try again as it was much easier than I thought! Also, I did this with tofu and green beans instead of chicken. I will definently try again with oranges!
I can only give this 4 stars because I only made the sauce. I spent 3 hours looking for a decent orange sauce recipe for an Asian inspired dish I was making. This was my first attempt and I decided on this one because of the great reviews and was not disappointed! I agree it does not taste quite like Panda Express Orange sauce but it is still great and the best part is you can customize it to match your dish. I will be saving this one to my most used recipes!
Very good and close to Panda Express! I should have made this years ago living in WI where there weren't any close! I cut back on the red pepper flakes, but otherwise followed the recipe. Made for I Recommend Tag.
Oh wow, amazing. Takes some time to prep and get ready, but YUM
This is amazing...I cook it alot it something that my husbands asks for a least once a week..lol
If I were rating the sauce only, I could give this recipe more stars. However, I did not care for the way the chicken fried up. It never turned a golden brown and I fried it a long time. I am wondering if it has something to do with all the cornstarch. Also, it didn't stay crispy after adding to sauce which was disappointing because at Panda's it stays crisp. The sauce is really good though. It is very similar to Panda's. Like many others, I used orange juice and brown sugar in the sauce and did not need to add any orange zest. I recommend doing it this way. Also the directions were confusing. Could have been clearer.
We LOVE Panda Express and hate that they obstinately refuse to open one anywhere near us... SO making it at home is the only way. We subbed frozen OJ concentrate and sake for the vinegar and put in a tiny bit of citric acid powder to punch the acid back up, but other than that, this has to be the closest I've seen to the real thing - I'm not convinced you didn't work there at some point. This is definitely for the seasoned cook with some experience handling a wok - I would recommend having a deep fry wok as well as a large cook wok 16" or more to assemble the sauce and toss the chicken. An hour total prep cook is a little ambitious, if you've pre-prepped everything, with a helper. I'm a pinball cook at it took me 90 min from start to plating.
Yummy! The orange flavor was a lot fresher and lighter than the Panda Express chicken. This was sooo much better. No more take out for me and my hubby!
Outstanding!! I love really ORANGE orange chicken, so substituted orange juice for all of the water. I also used all cornstarch and no flour to make it gluten free. Other than that, followed the recipe. We'll definitely be making this again! UPDATED to add: we've made this many many times now. My celiac stepdaughter is thrilled that I can make this gluten free. Orange chicken is one of the foods she's really missed since being diagnosed as gluten intolerant. This is definitely one of our family favorites.
Wow! This was INCREDIBLY good and fairly easy to prepare! I didn't deep-fry it because I'm trying to cut down on the oil. Also, my husband doesn't care of orange peel in anything, so I omitted it and add 3 TBSP. O.J. Concentrate. Also, I didn't crush the red pepper because I have little ones and my husband can't tolerate anything spicy. I would prefer the spice and the orange zest, but this was incredibly good even with the changes I made. I will be making this again soon!!! Thanks for an incredibly good recipe.
I loved the recipe. I moved to The Netherland from Cali about 7yr ago and was never able to get orange chicken here, so I decided to look for one. I came across this and decided to try it out. As most I read the reviews and changed a few things from this recipe. It came out so good, my husband had never tried orange chicken in this life and now I think he will ask for it a lot now. I changed the 1 egg to 2 eggs for the batter and left everything else the same. I don't mind using wet batter at all, I think it coats better gives a nice crispey outside. I changed the sugar as well to brown sugar, and as far as the vingar I think that's just way to much but I wanted to add some to have a balance to the sweet that will be coming from the sause, so I added one teaspoon of Rice Vinegar. And added 4 tablespoons of orange juice. I also added Big slices of orange and removed them just before adding the chicken. I saved the chicken till the very end because it's alrready cooked and you just really want to coat the chicken with the sause not cook it to long and risk drying it out. I did not add rice wine, I changed that to some very nice sake, since I was unable to find any rice wine in the stores here. It still came out wonderful. I was so happy to have the taste of orange chicken in over 7yr. I can't wait to make it again. Thank you for the upload it was fantastic.
EXCELLENT...made this with the help of my son and it was wonderful. He wanted a copy of the recipe. Served over rice. Thanks for a great recipe.
This wasn't bad. Far too much vinegar. If I make it again I'll at least halve the vingegar.
This was so delicious! I doubled the sauce after reading a few reviews and it turned out perfect, the only modification I would make is a little less orange zest since my boyfriend thought it was a little overwhelming , personally I think this dish is AWESOME!!! Thanks =)
Wonderful! Adults in the house enjoyed it but the kids had to bribed to eat it for some reason. I thought it best to describe the "sauce" as a glaze. It shouldn't be drenched in a syrupy sauce IMHO. Flavorful and restaurant quality! My dh doesn't even like orange chicken usually but really enjoyed this. I don't have a wok or deep fryer so this was very tricky! I only looked at reviews and ingredients so didn't even notice I didn't have proper equipment. Doing batches of chicken in a small saucepan filled w oil was messy and very time consuming...I don't recommend that method. Lol
This was DELICIOUS! Exactly what I was looking for. It took a bit more effort than I initially expected, but it was well worth it. I served this with Healthy Egg Rolls #54630 and Thai Dipping Sauce #33113 for the perfect better-than-takeout dinner. Thanks so much!
This is a fantastic recipe. We don't have a Panda Express here so can't compare, but our local Grocery had a Chinese chef who made this and called it Colonel's Chicken. When he left we were heartbroken, but now our hearts are mended.
I sprinkle the Finished Chicken with Sesame Seeds before serving.
I didn't actually eat this, I don't eat meat. My kids love it. They were going on and on about Panda Orange Chicken and I saw this recipe and it came out great. Served with Jasmine rice.
I did not fry the chicken. Didn't have the time. Just cooked it until no longer pink. May double the sauce next time and have it for me who likes it extra saucy!
This was wonderful tasting i thought!!! I have never had orange chicken before so I had nothing to compare it to, but I think this is probably better than any restaurant! The only thing I changed was I squeezed the orange juice from orange into mixture as well & topped chicken with sesame seeds.
Delicious. I used chicken for hubby and tofu for me and 1/2 the sugar. We were both very happy with this dish.
